Bréfritari: Þórarinn Stefánsson
Dagsetning: A-1933-03-03
Skrifað á: Vesturheimi

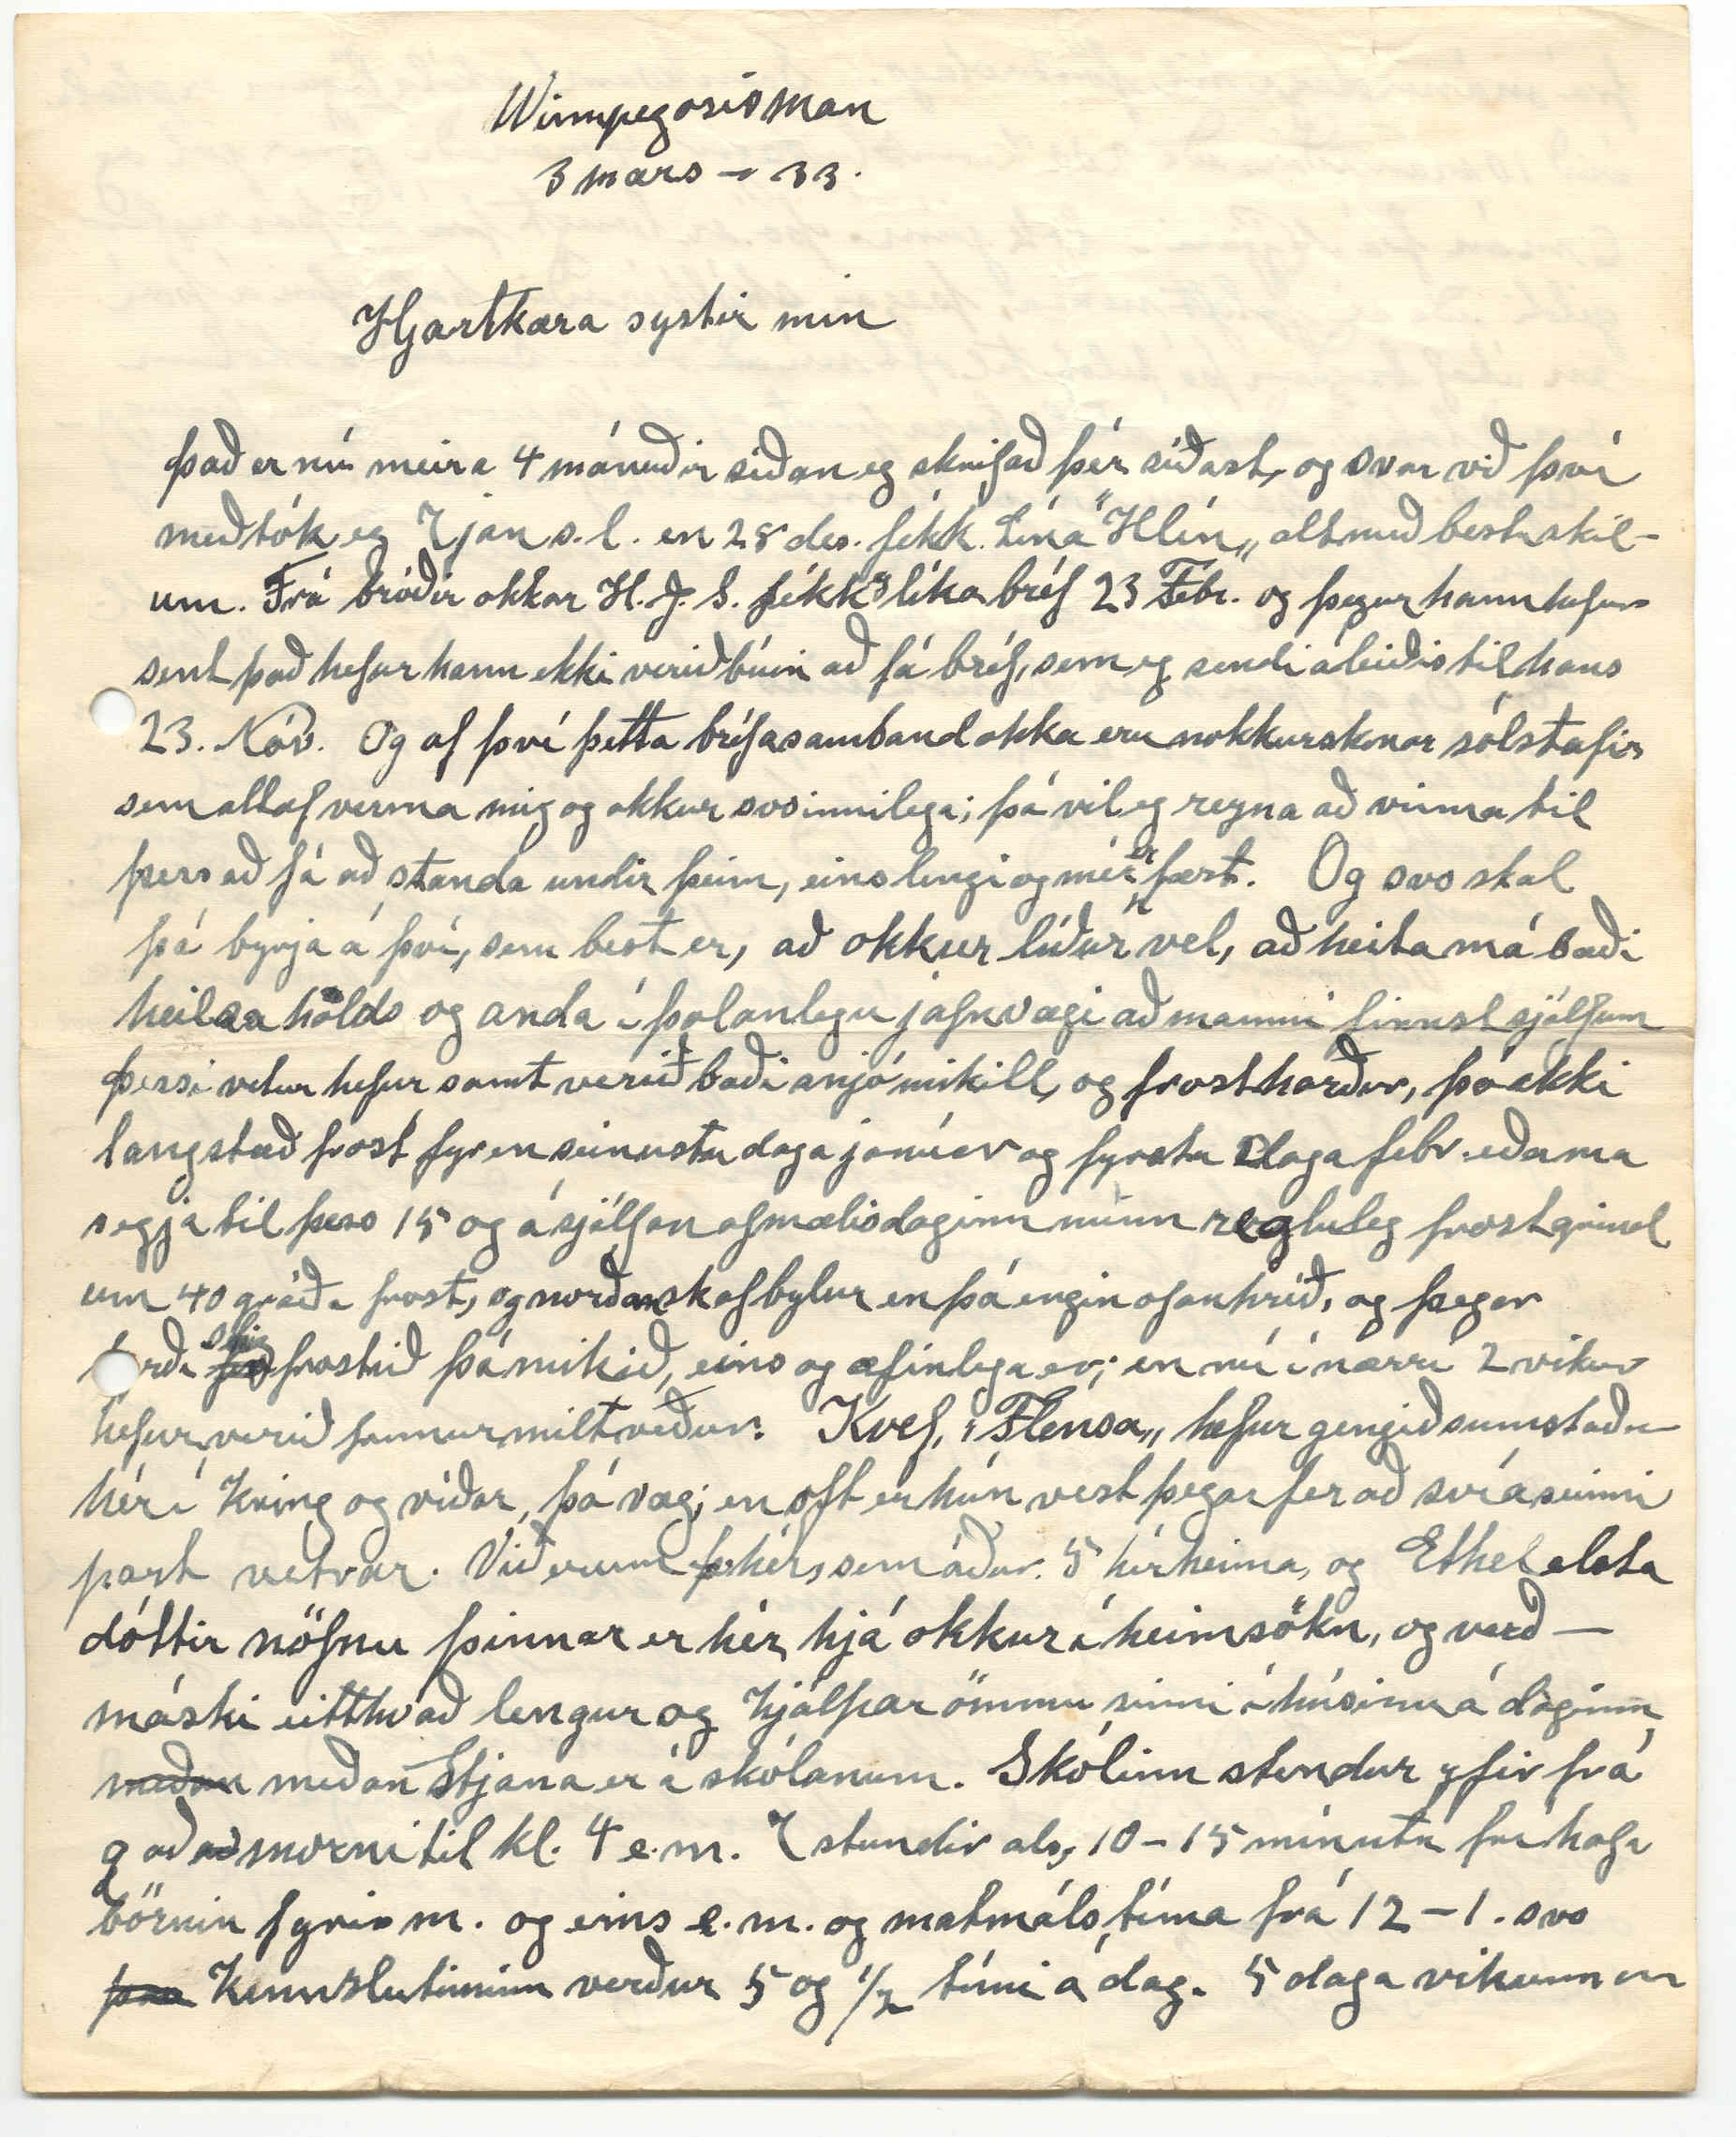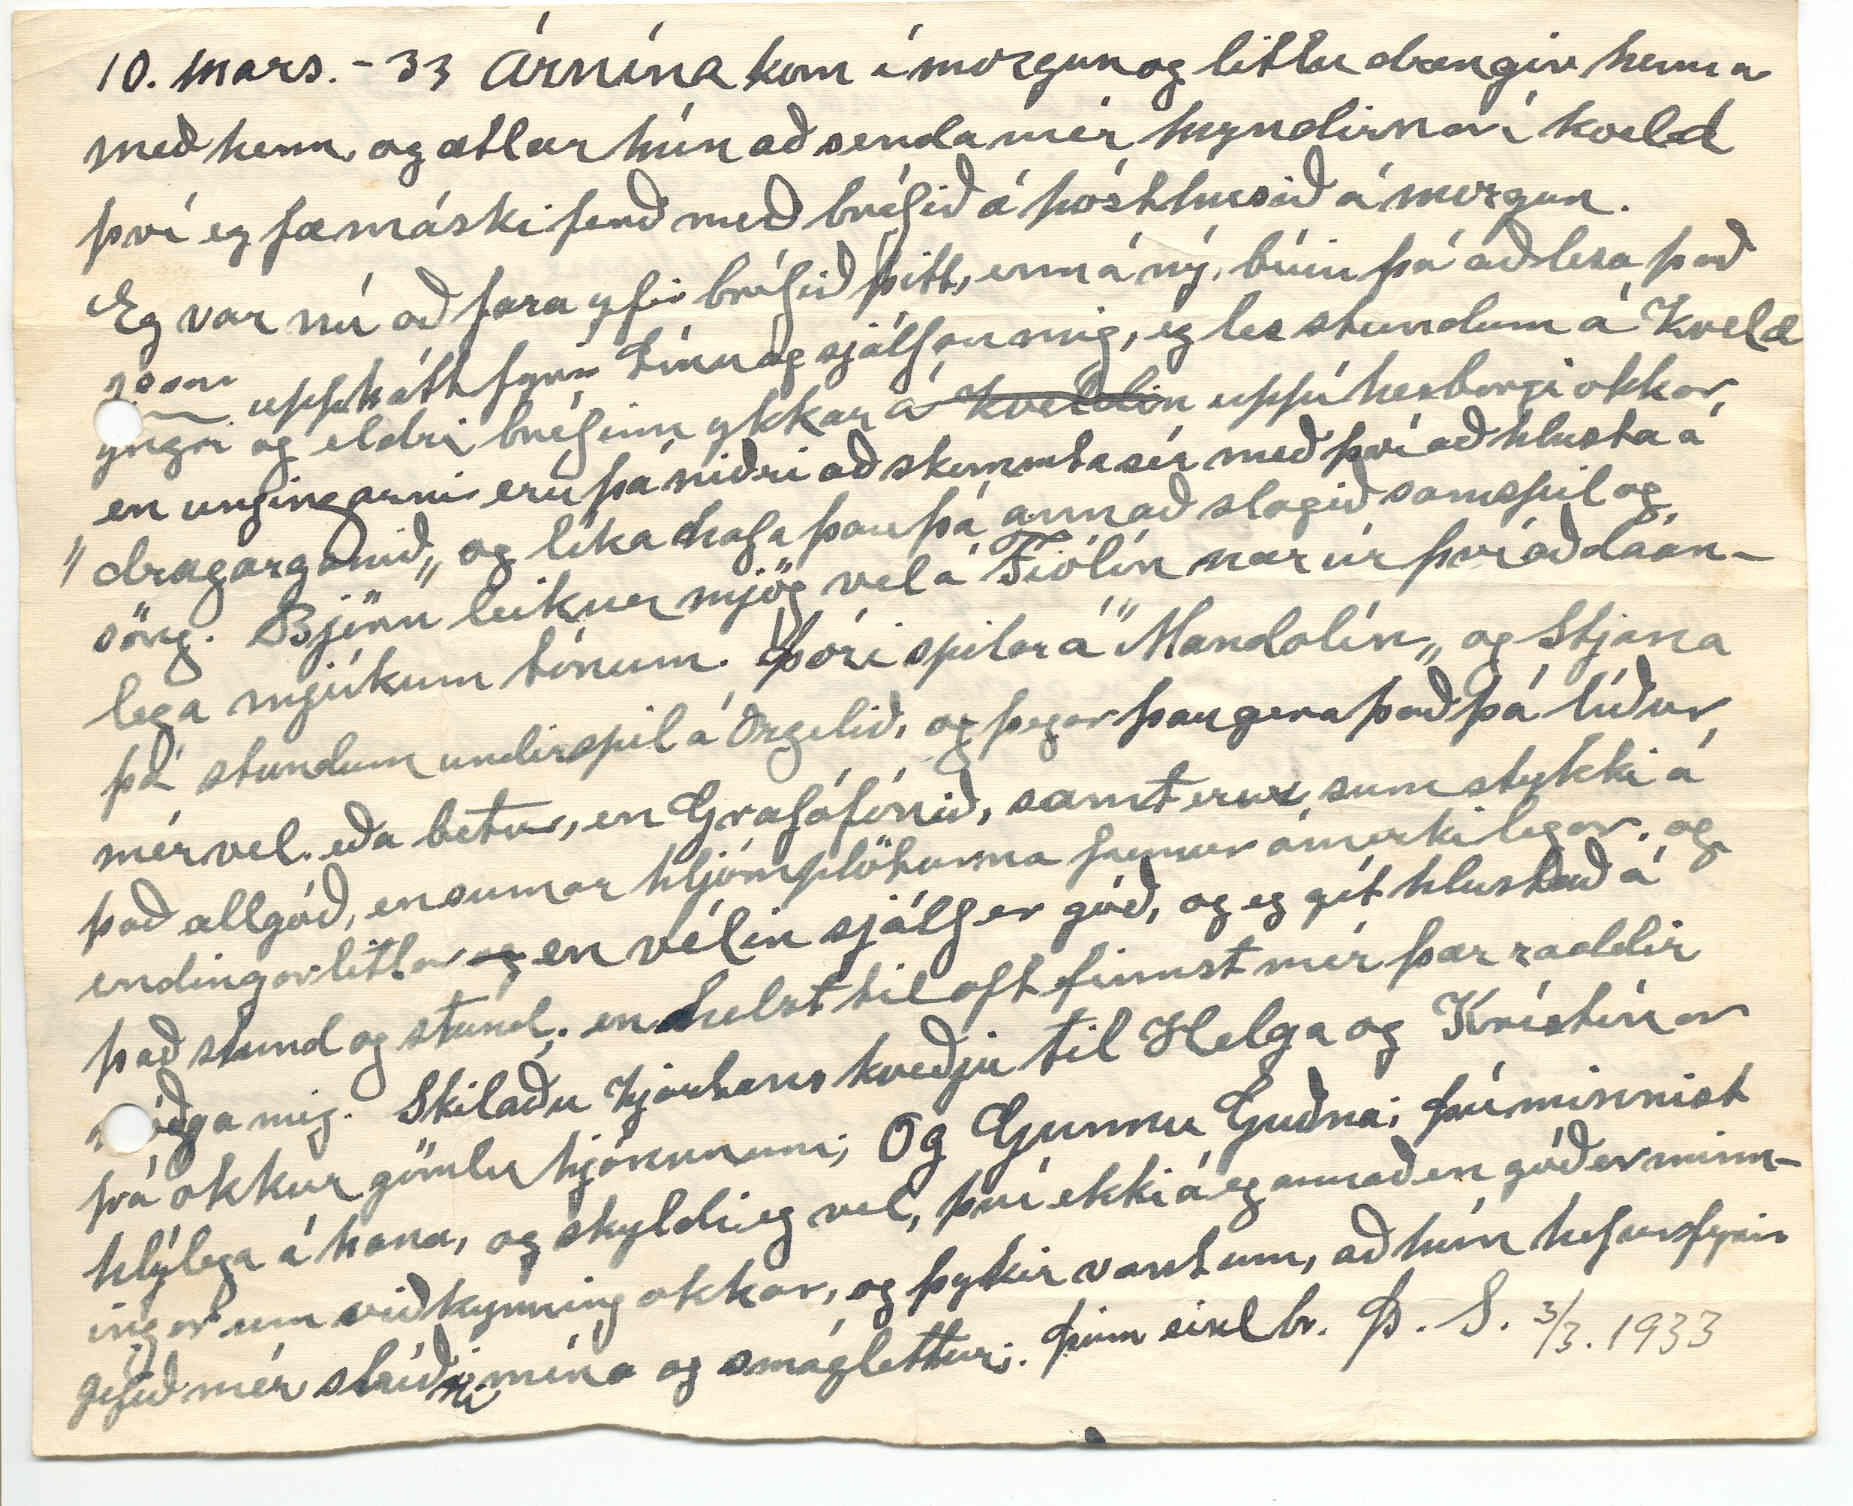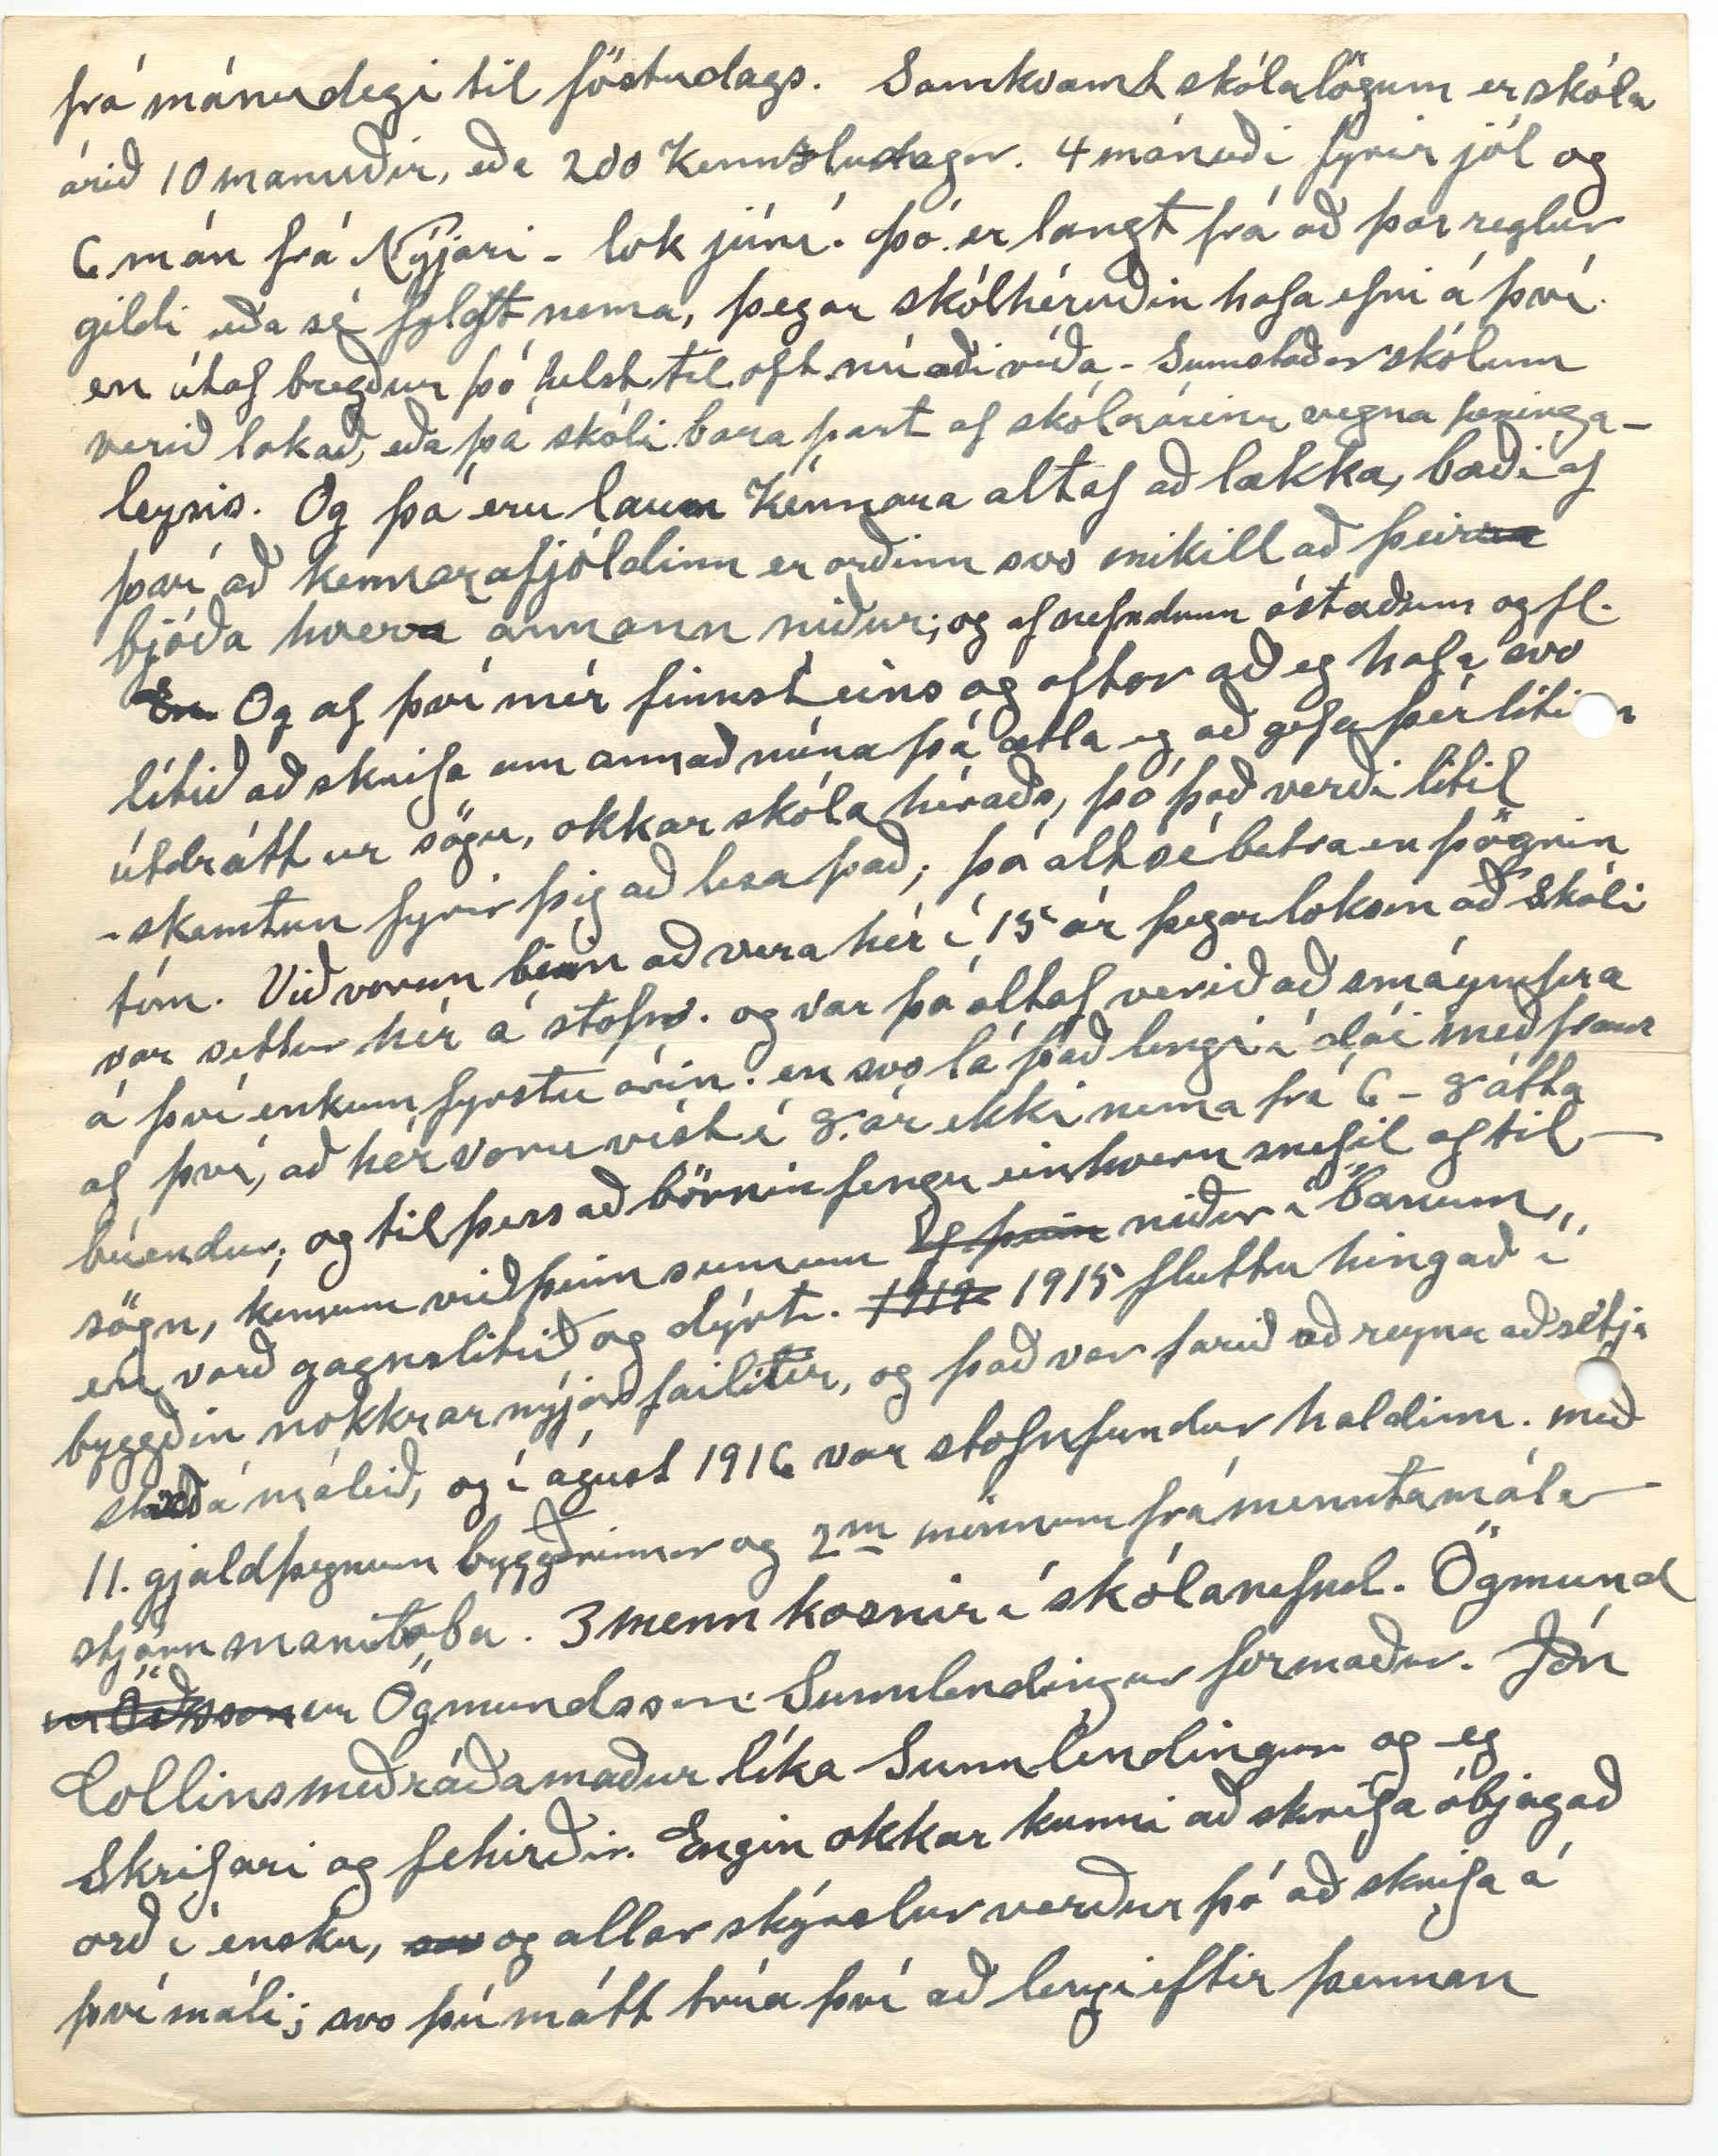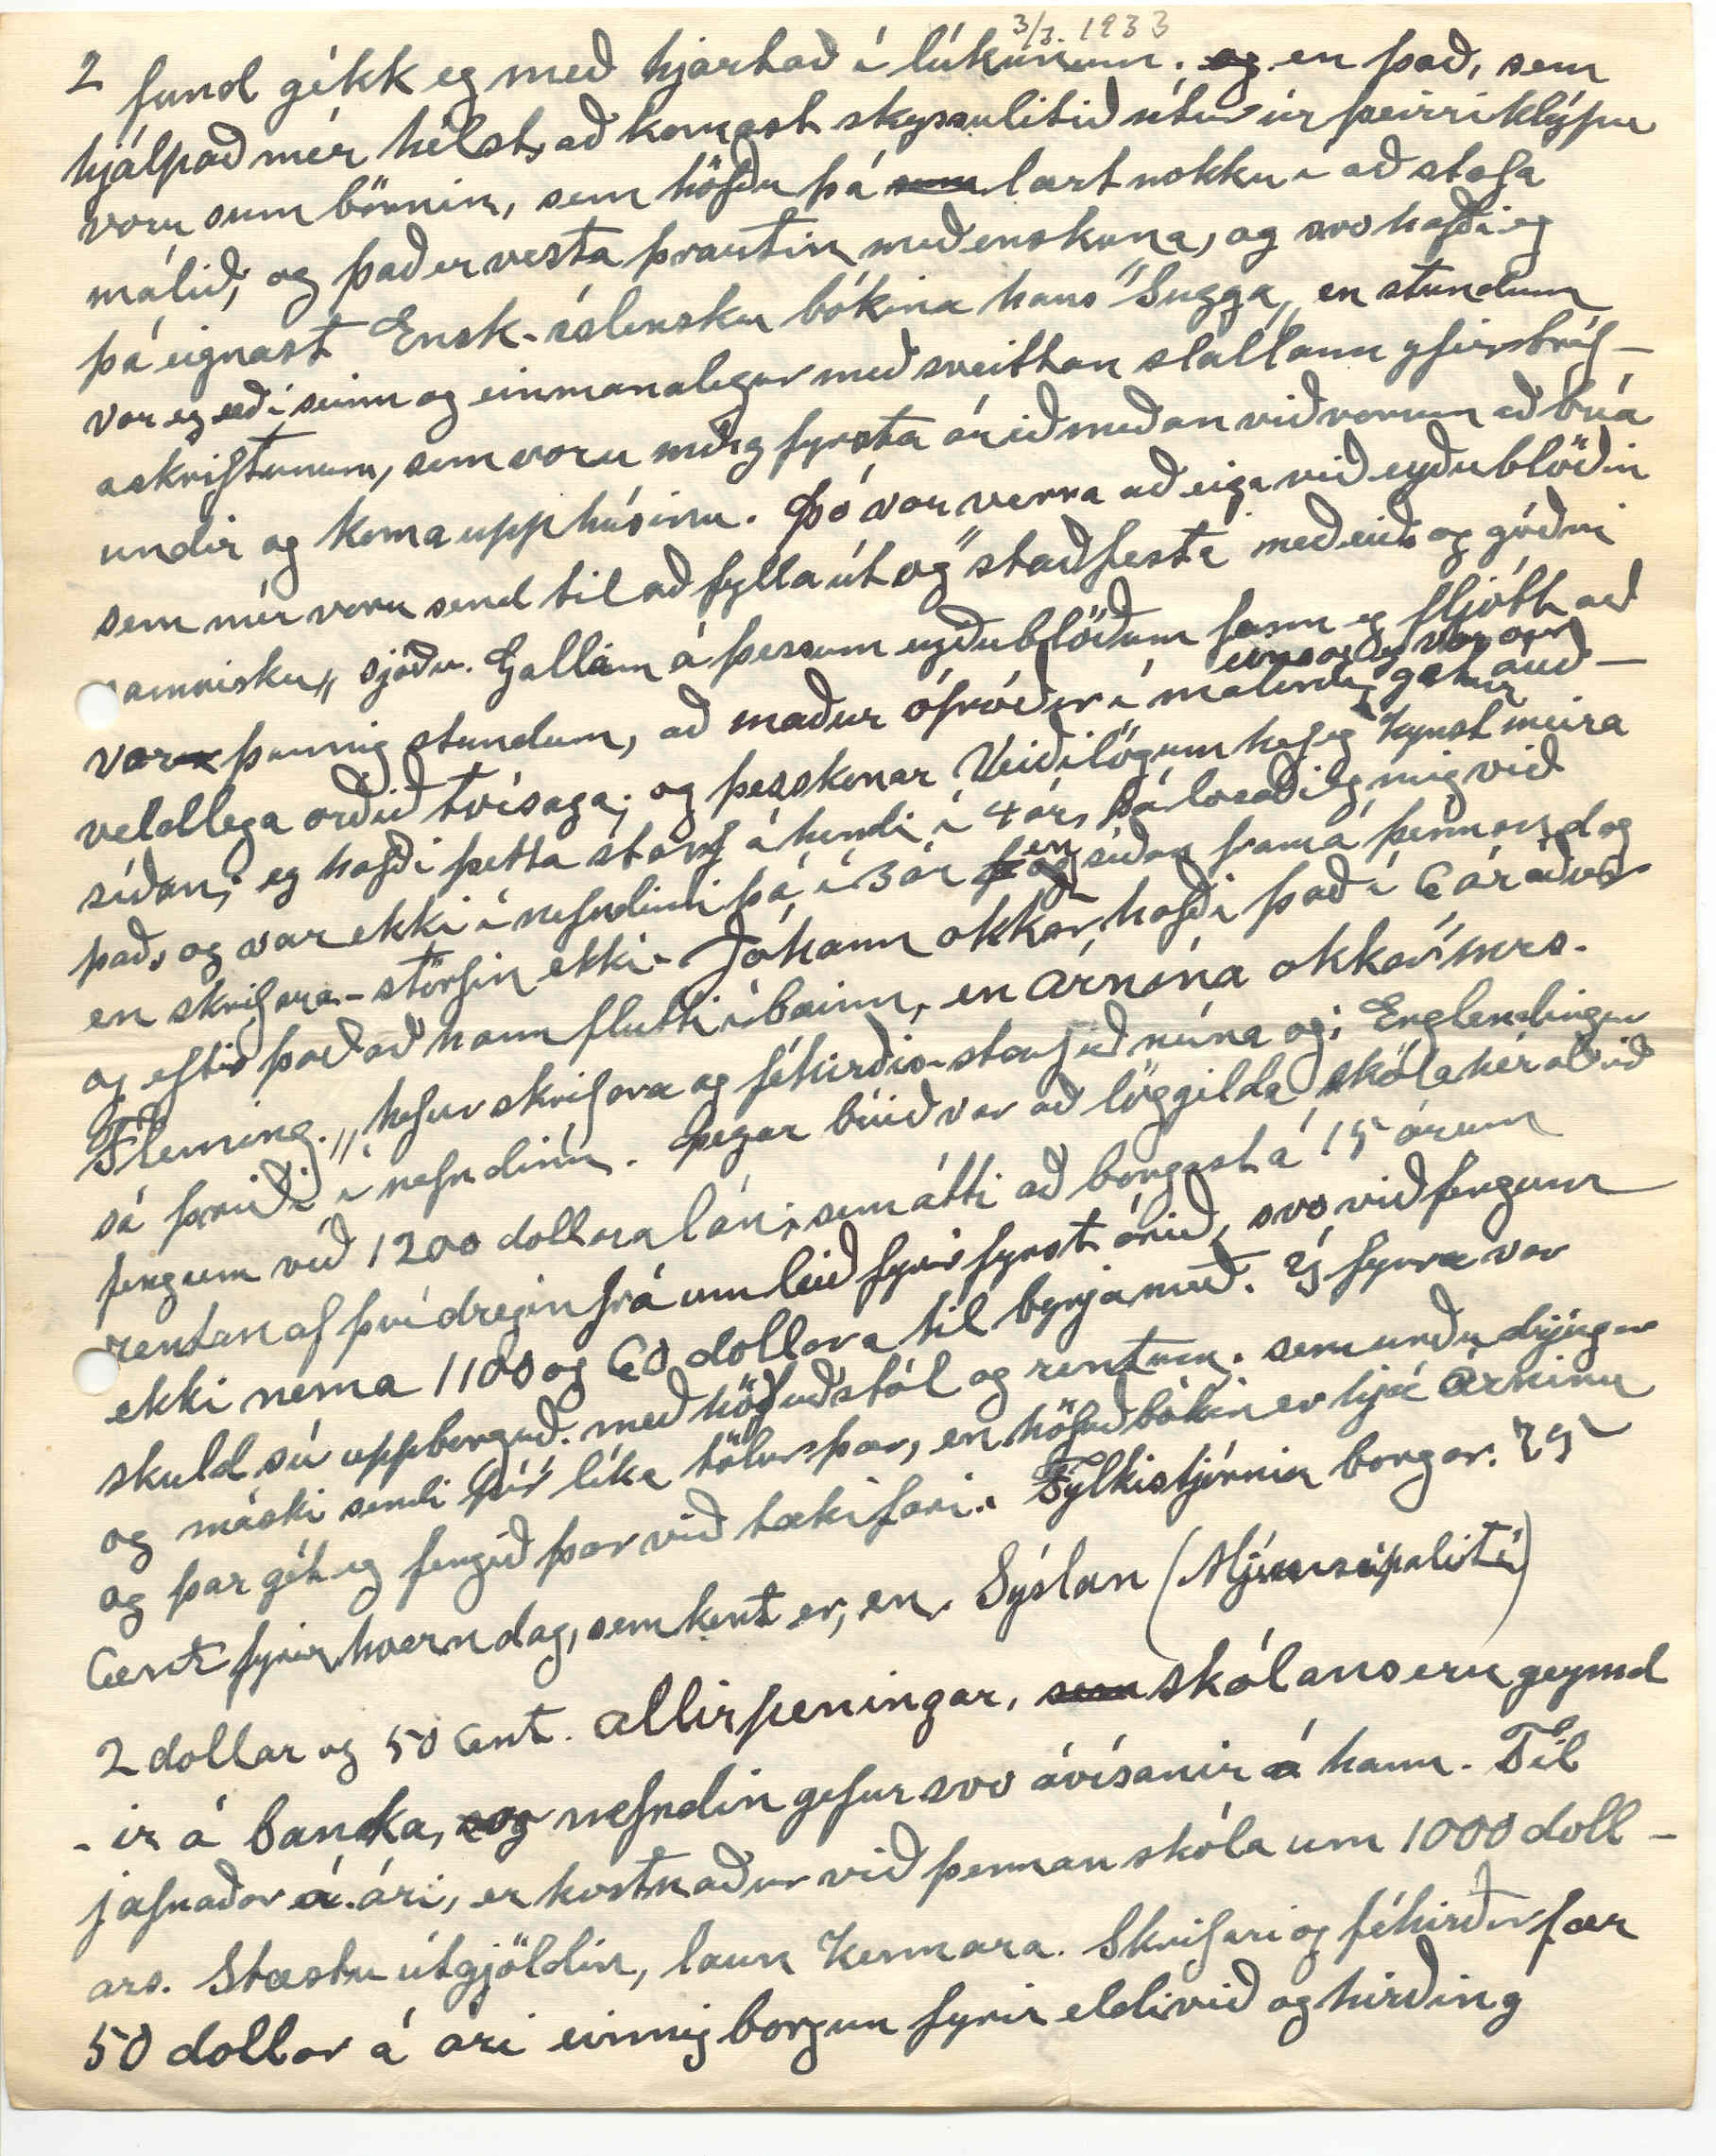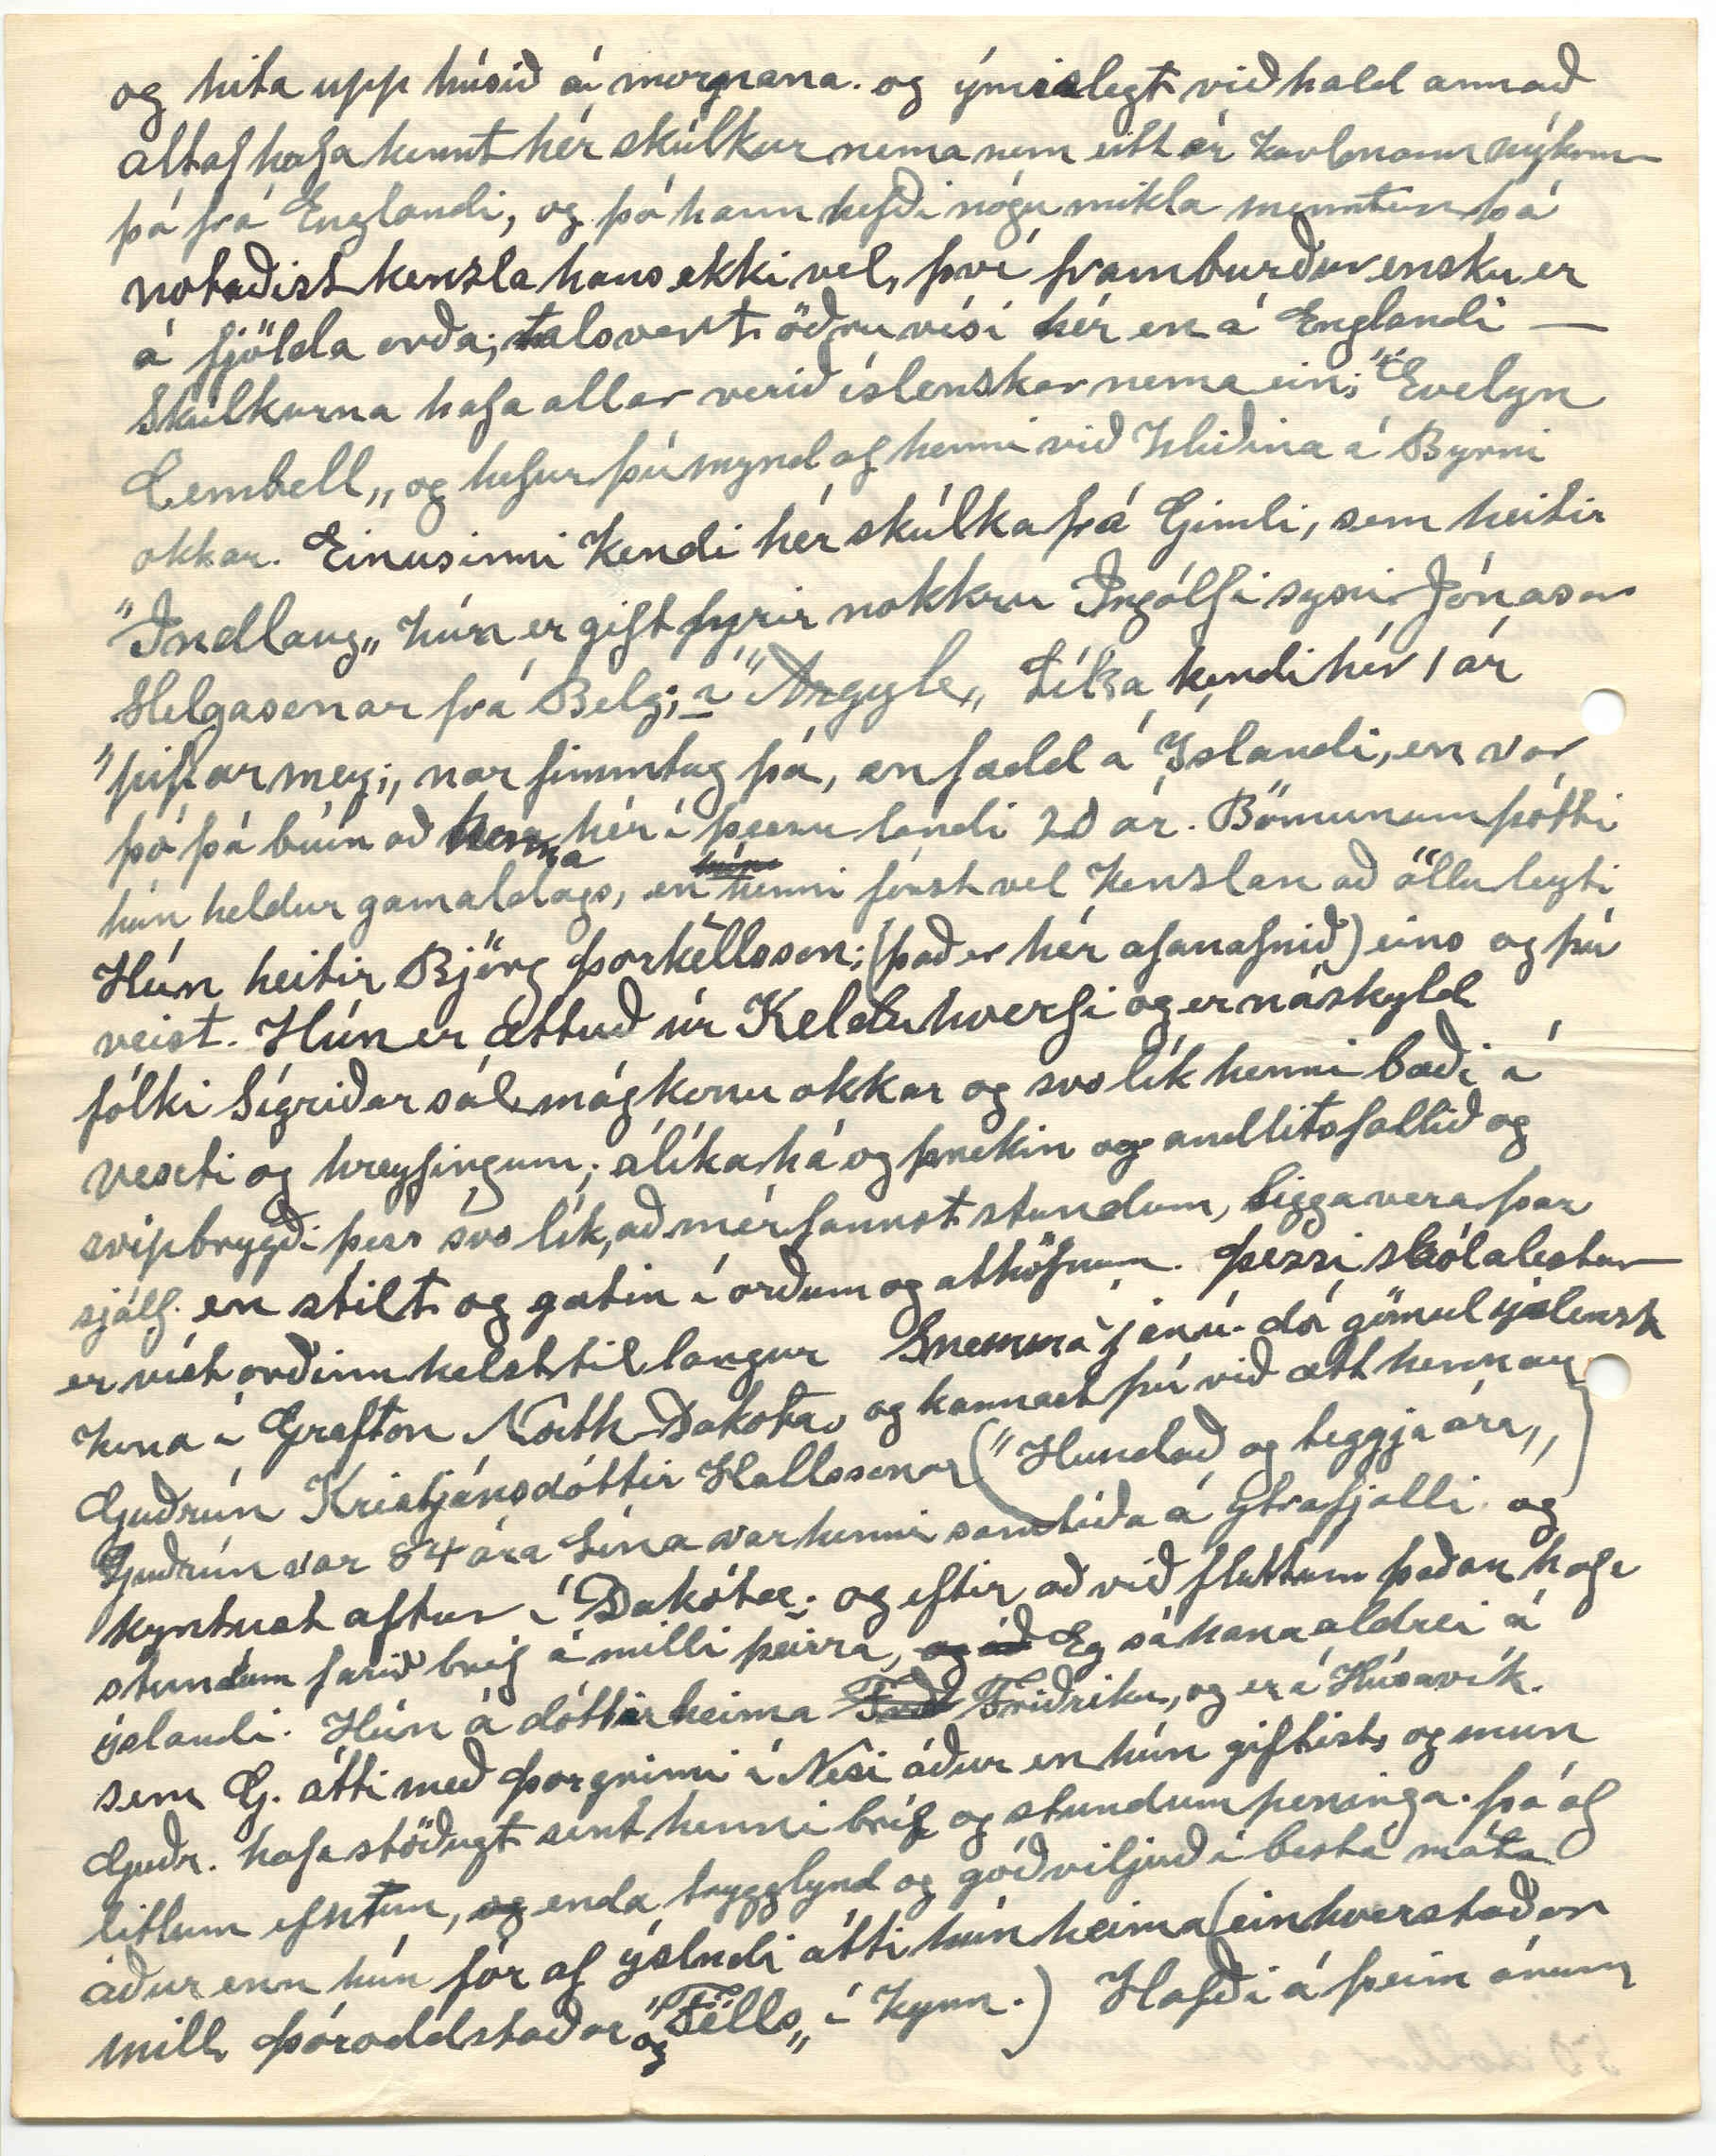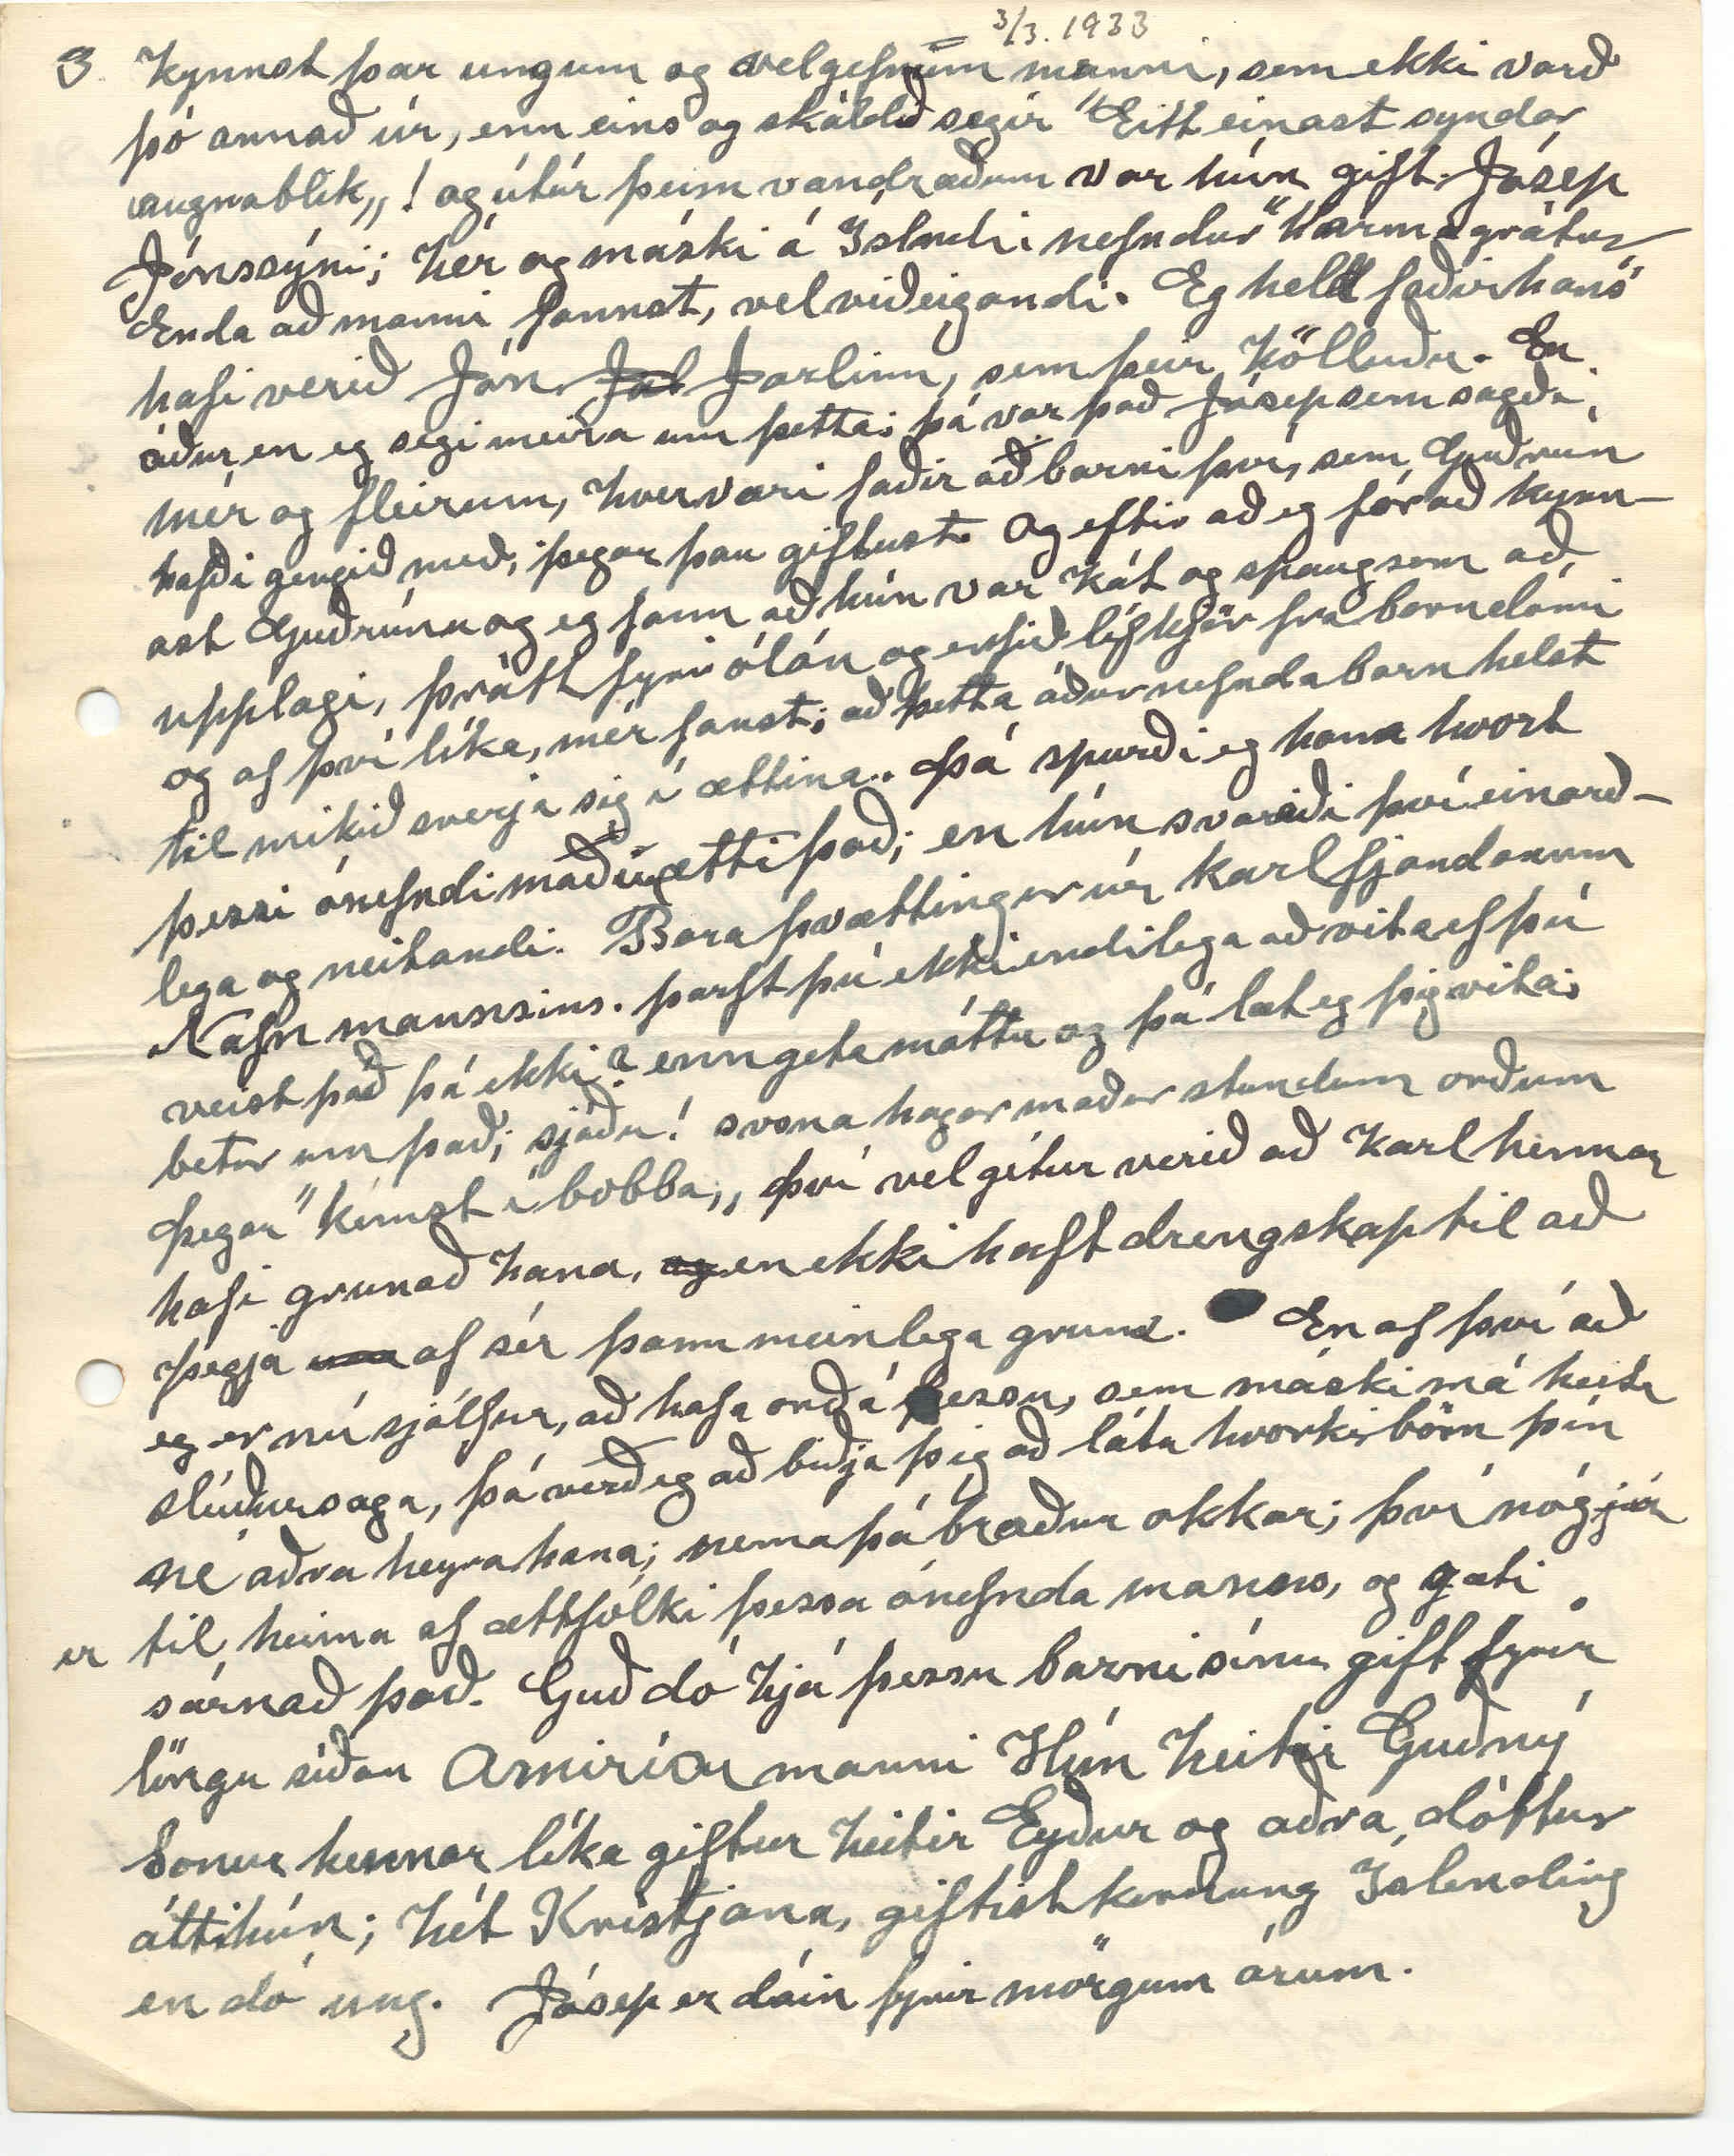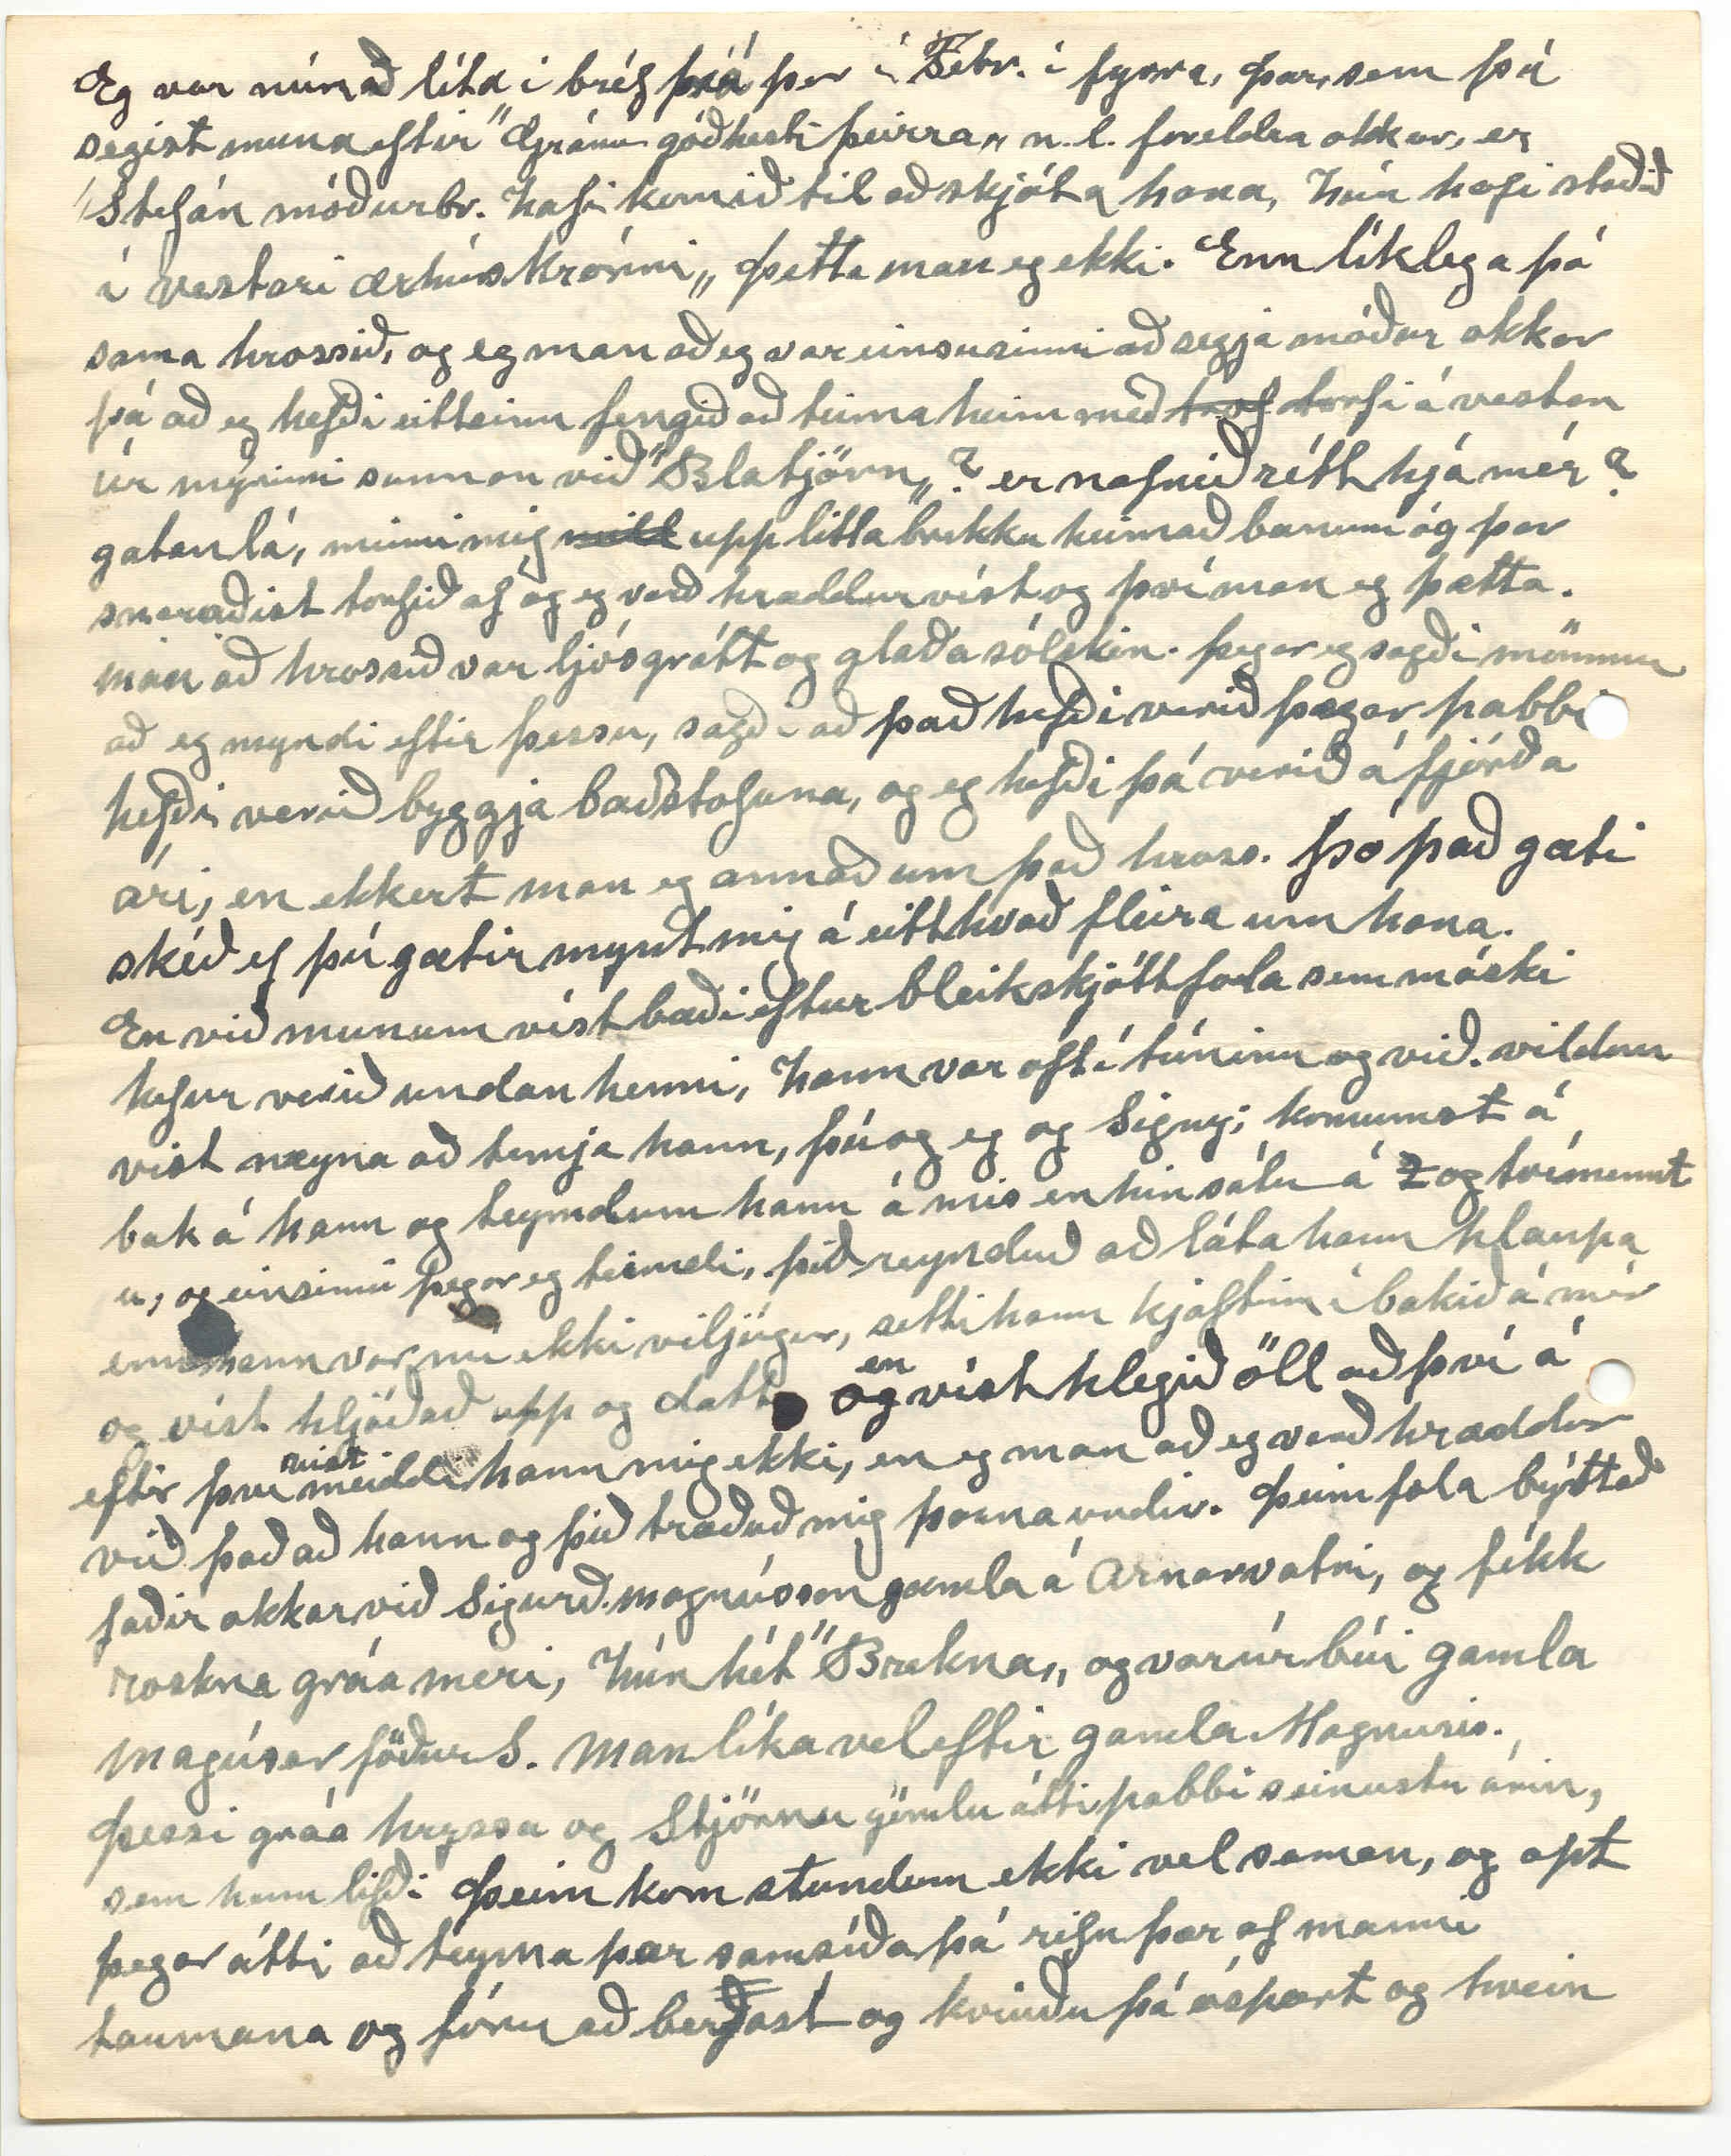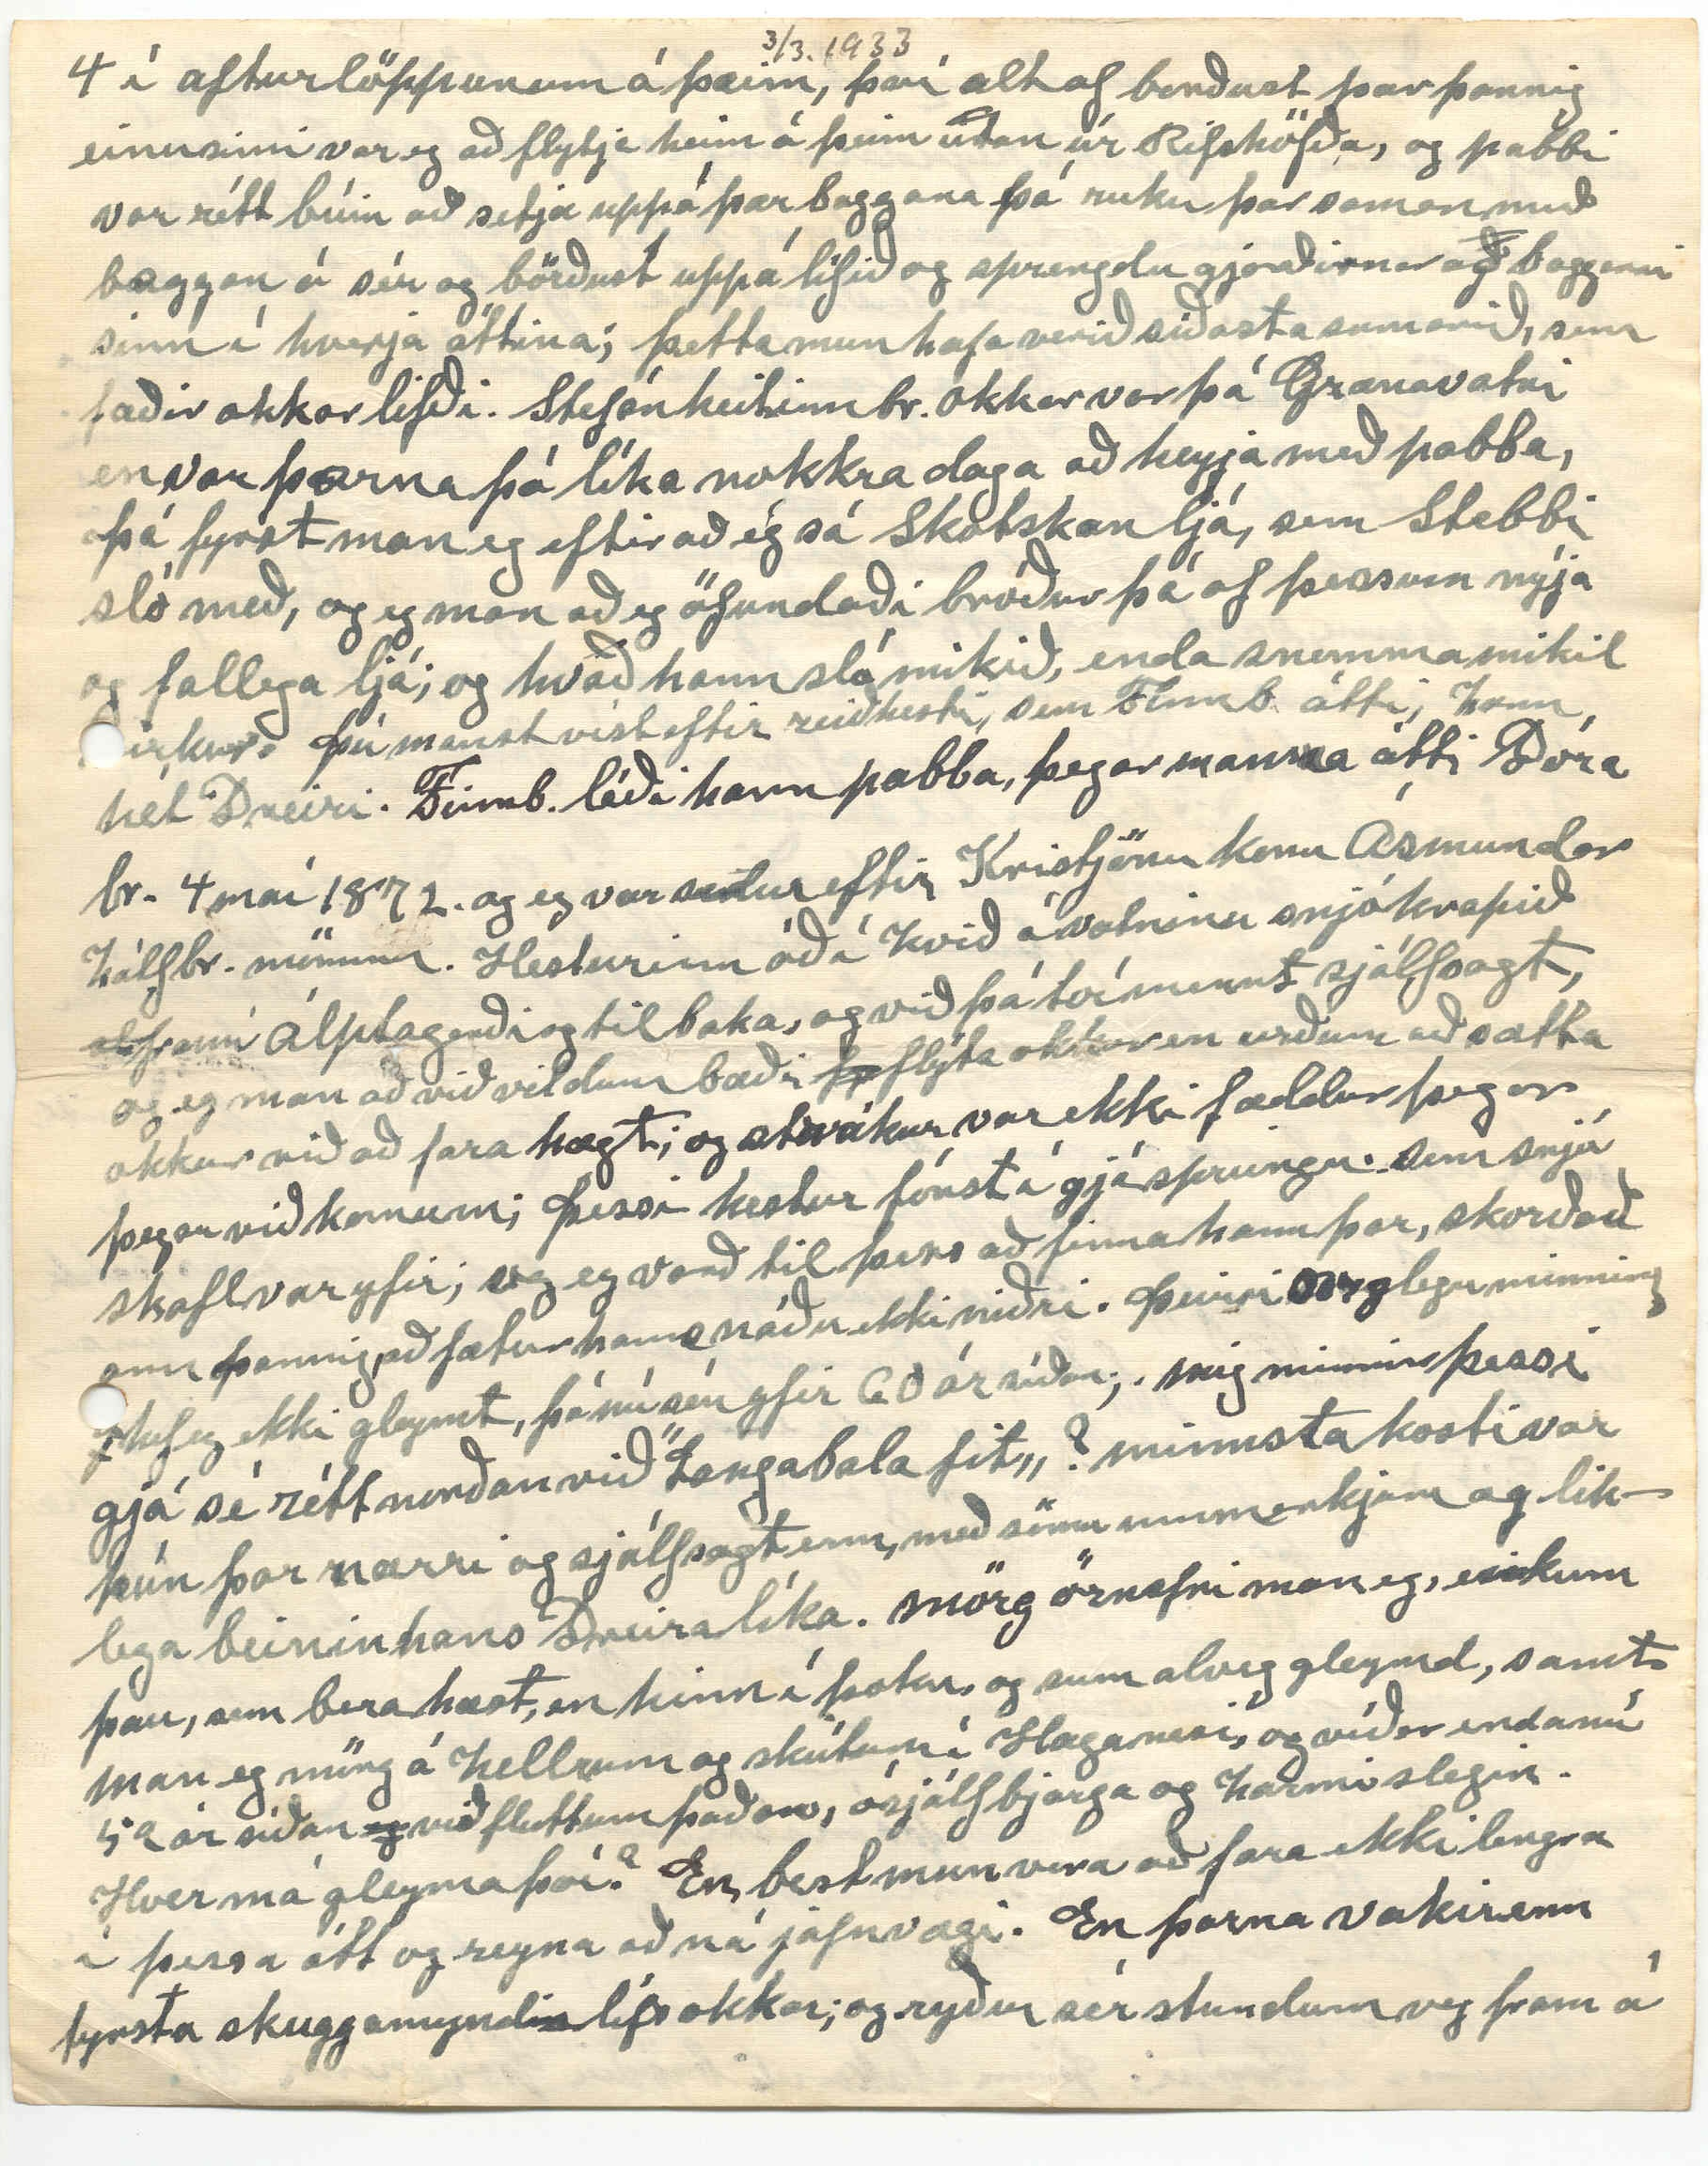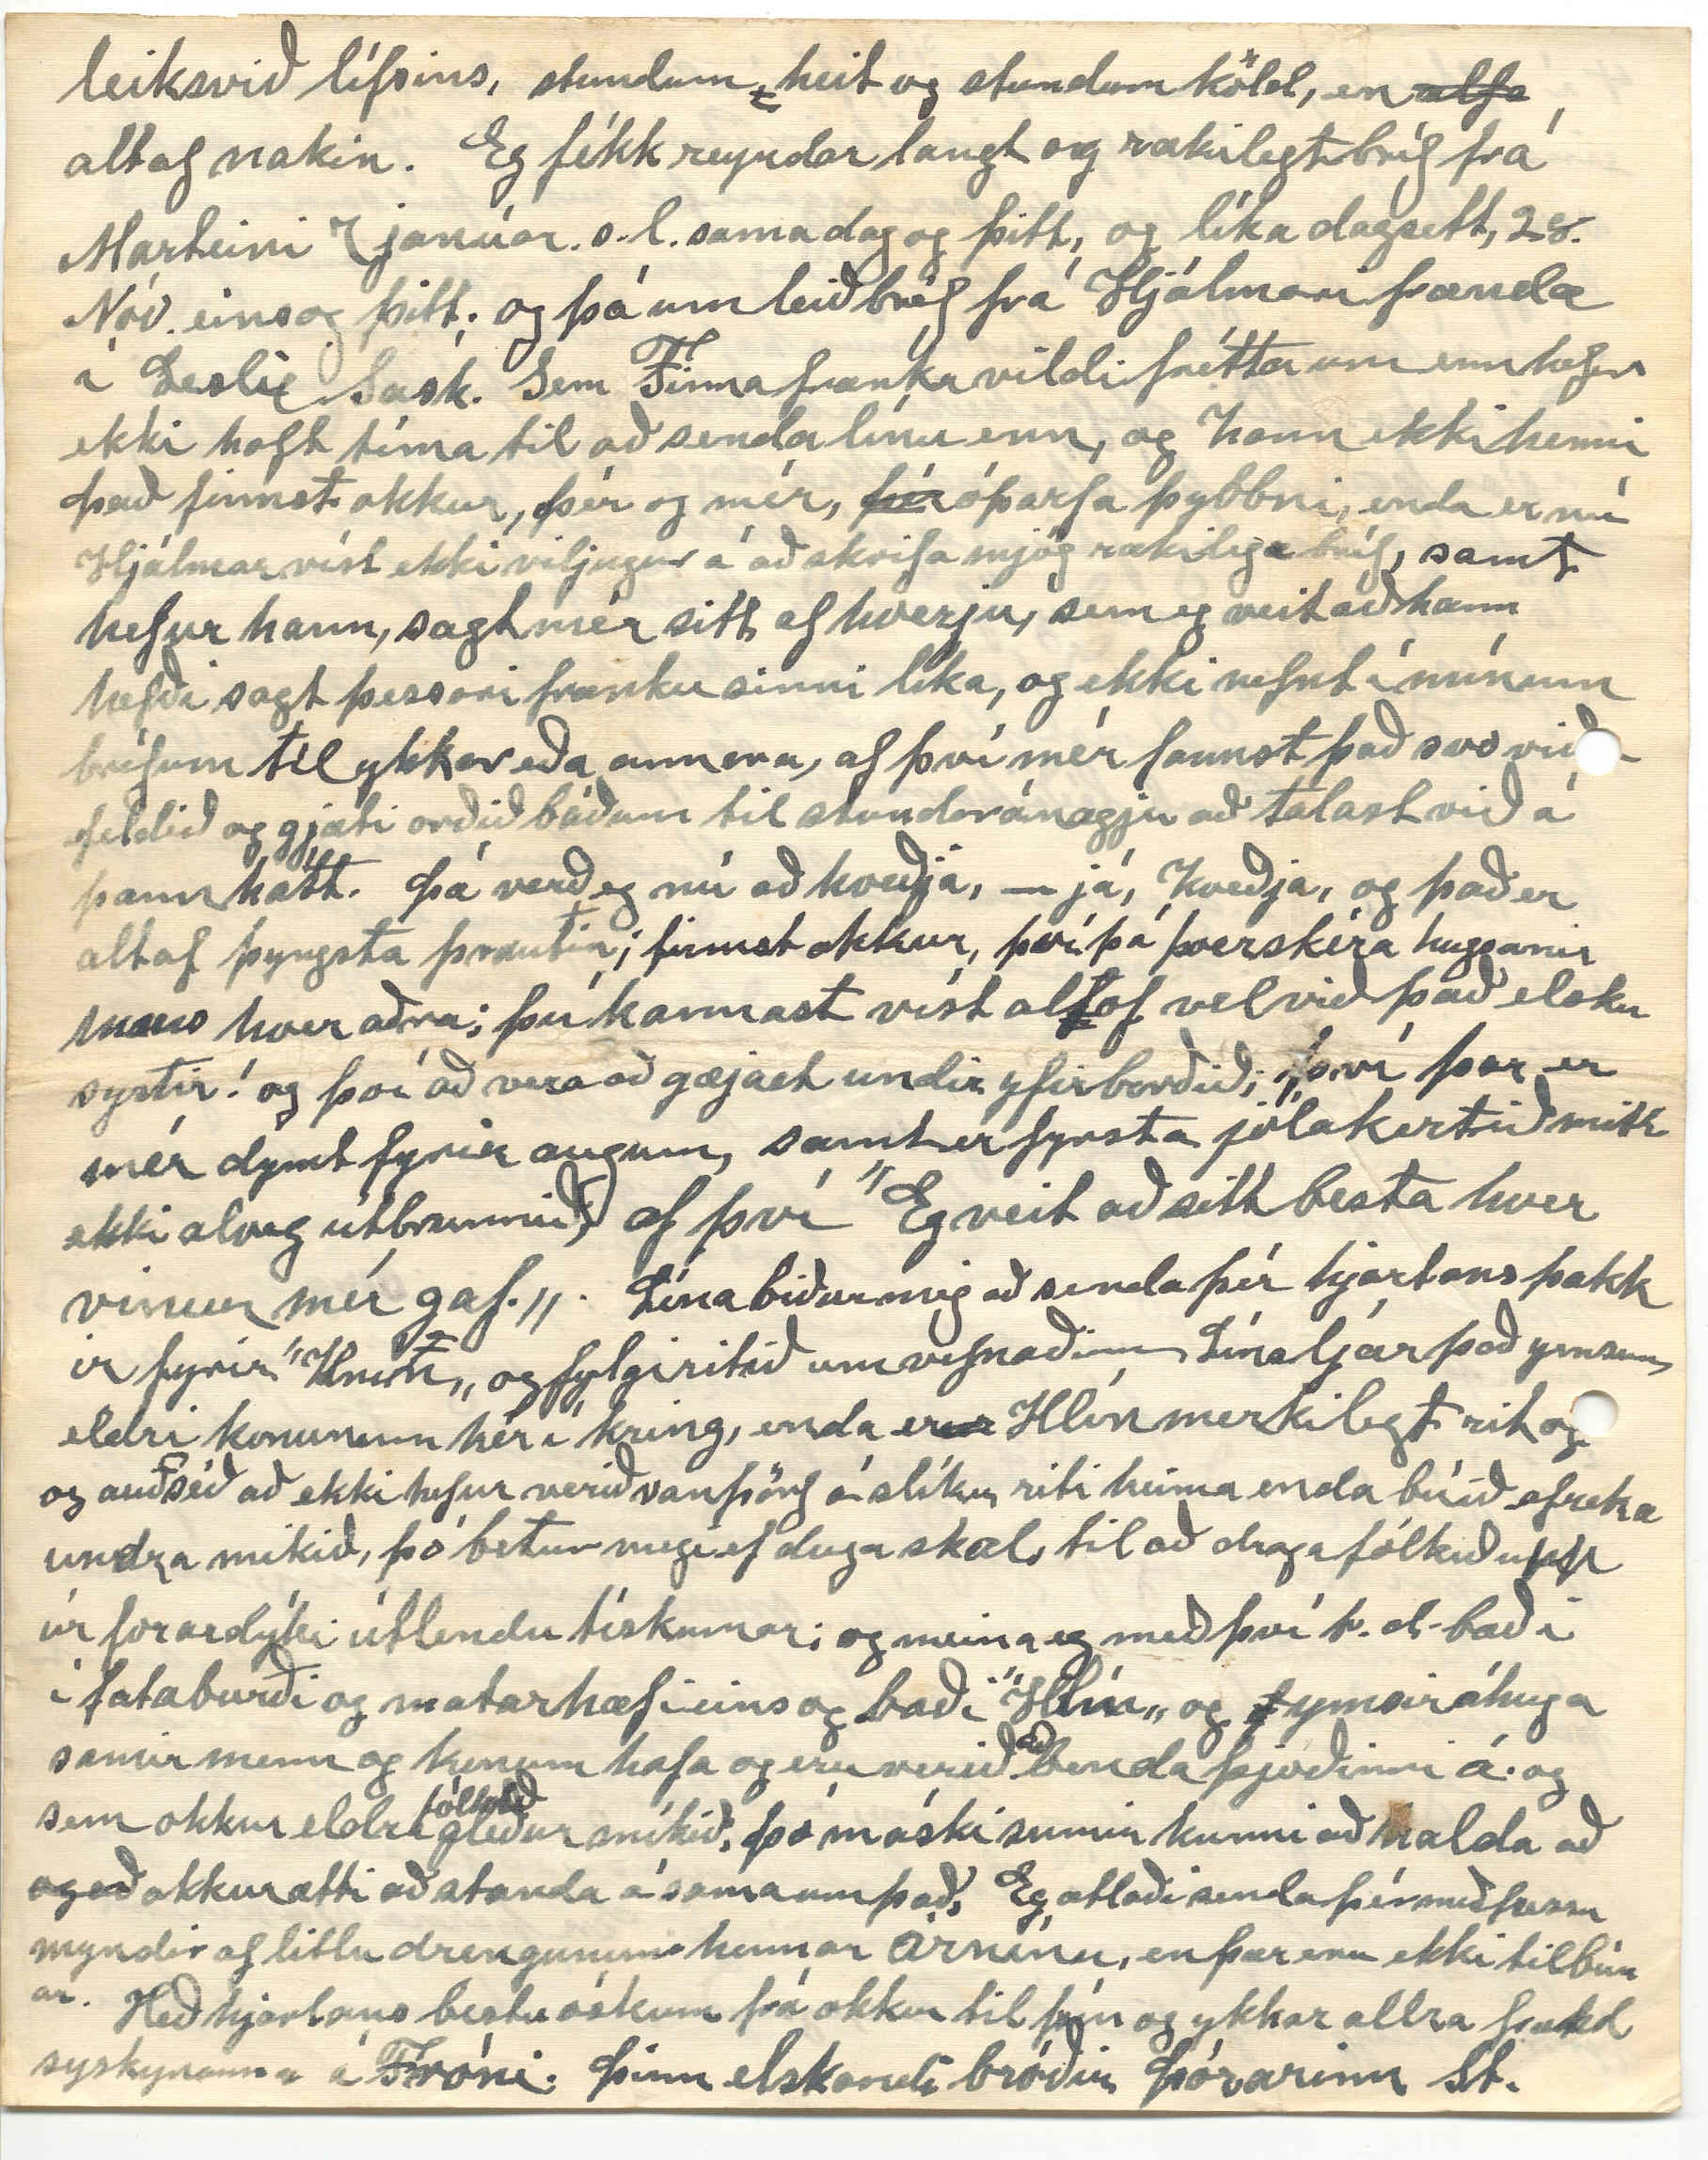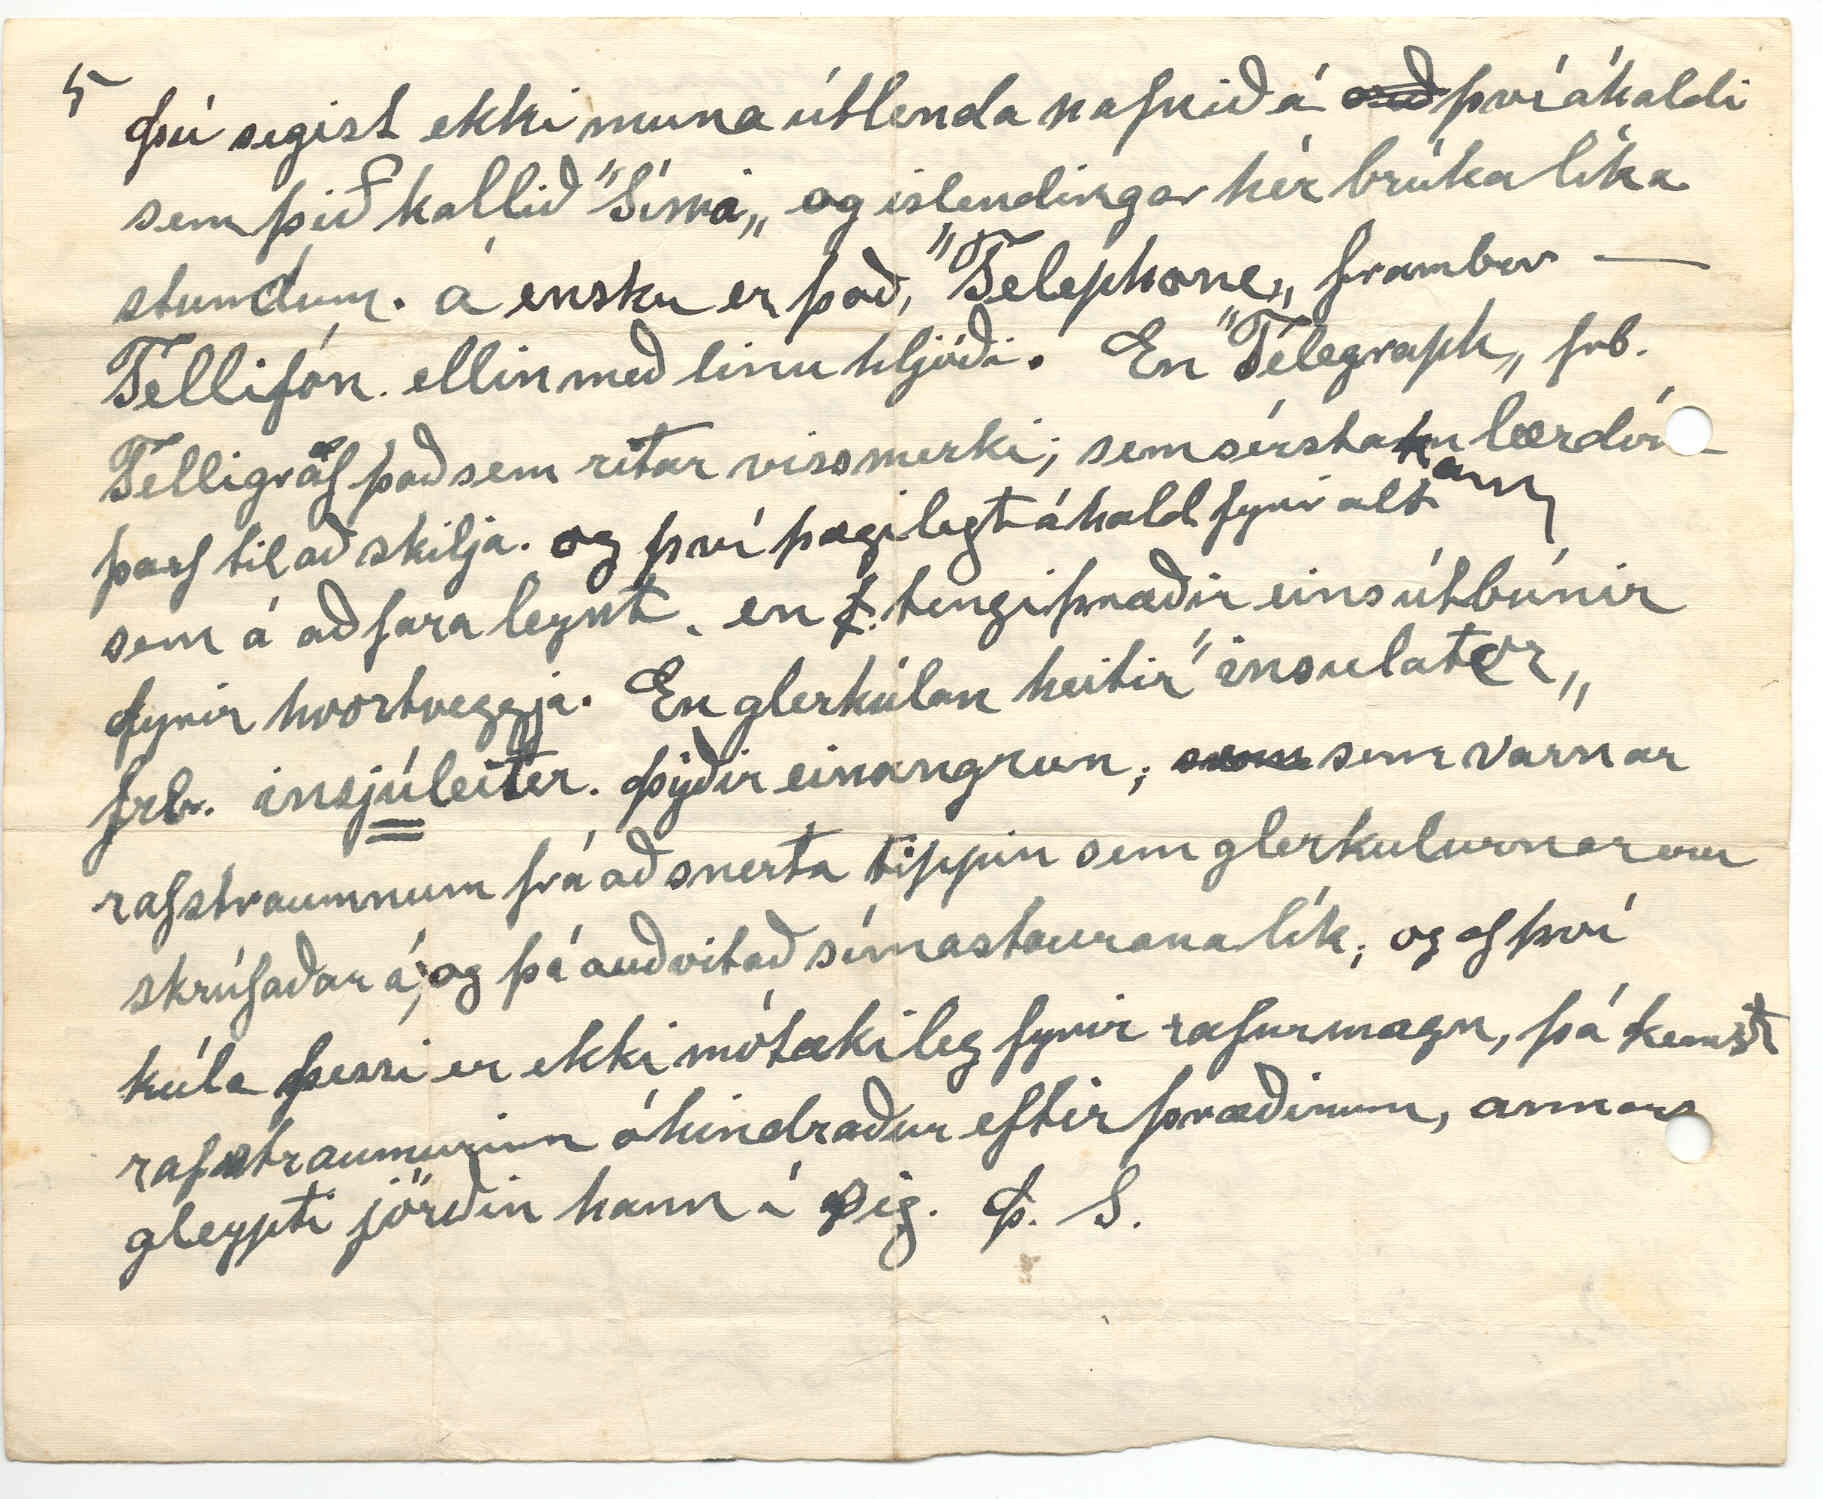

Winnipegosis man
3 mars -33.
Hjartkæra systir min
Það er nú meira 4 mánuðir síðan eg skrifað þér síðast, og svar við því meðtók eg 7 jan s.l. en 28 des. fékk Lína ”Hlín„ alt með bestu skilum. Frá bróðir okkar H. J. S. fékk
eg
líka bréf 23 Febr. og þegar hann hefur sent það hefur hann ekki verið búin að fá bréf, sem eg sendi áleiðis til hans 23. Nóv. Og af því þetta bréfasamband okka eru nokkurskonar sólstafir sem altaf verma mig og okkur svo innilega; þá vil eg reyna að vinna til þess að fá að standa undir þeim, eins lengi og mér
er
fært. Og svo skal þá byrja á því, sem best er, að okkur líður vel, að heita má bæði heilsa holds og anda í þolanlegu jafnvægi að manni finnst sjálfum Þessi vetur hefur samt verið bæði snjómikill, og frostharður, þó ekki langstæð frost fyr en seinustu daga janúar og fyrstu daga febr. eða ma segja til þess 15 og á sjálfan afmælisdaginn minn regluleg frostgrimd um 40 gráða frost, og norðan skafbylur en þó engin ofanhríð, og þegar
00rði
steig
frostið þá mikið, eins og æfinlega er; en nú í nærri 2 vikur hefur verið fremur milt veður. Kvef ”Flensa„ hefur gengið sumstaðar hér í kring og víðar, þó væg; en oft er hún vest þegar fer að svía, seinni part vetrar. Við erum
þ
hér, sem áður. 5 hér heima, og Ethel elsta dóttir nöfnu þinnar er hér hjá okkur í heimsókn, og verð máski eitthvað lengur og hjálpar ömmu sinni í húsinu á daginn
meðan
meðan Stjana er á skólanum. Skólinn stendur yfir frá 9 að
að
morni til kl. 4 e.m. 7 stundir als, 10 - 15 mínutn frí hafa börnin fyrir m. og eins e.m. og matmálstíma frá 12 -1. svo
þau
kennslutiminn verður 5 og 1/2 tími á dag. 5 daga vikunnar.
frá mánudegi til föstudags. Samkvæmt skólalögum er skólaárið 10 manuðir, eða 200 kennzludagar. 4 mánuði fyrir jól og 6. mán frá Nýjari - lok júní. Þó er langt frá að þær reglur gildi eða sé fylgt nema, þegar skólhéruðin hafa efni á því en útaf bregður þó helst til oft nú æði víða. Sumstaðar skólum verið lokað, eða þá skóli bara part af skólaárinu vegna peningaleysis. Og þó eru laun kennara altaf að lækka, bæði af því að kennarafjöldinn er orðinn svo mikill að þeir
ra
bjóða hver
n
annann niður; og af nefndum ástæðum og fl.
En
Og af því mér finnst eins og oftar að eg hafa svo lítið að skrifa um annað núna þá ætla eg að gefa þér lítinn útdrátt ur sögu, okkar skólahéraðs, þó það verði litil skemtun fyrir þig að lesa það; þó alt sé betra en þögnin tóm. Við vorum buin að vera hér í 15 ár þegar loksin að skóli var settur hér á stofn. og var þó altaf verið að smáympra á því enkum fyrstu árin. en svo lá það lengi í dái meðfram af því, að hér voru víst í 8. ár ekki nema frá 6 -8 átta búendur; og til þess að börnin fengu einhvern snefil af tilsögn, komum við þeim sumum
af þeim
niður í ”bænum„ en varð gagnslitið og dýrt.
1919
1915 fluttu hingað í byggðin nokkrar nýjar failíur, og það var farið að reyna að setja
sk00ð
á málið, og í águst 1916 var stofnfundur haldinn. með 11. gjaldþegnum byggðrinnar og 2
m
mönnum frá menntamálastjórn manitoba. 3 menn kosnir í skólanefnd. Ögmund
ur Öðsson
ur Ögmundsson. Sunnlendingur formaður. Jón Collins meðráðamaður líka Sunnlendingur og eg Skrifari og fehirðir. Engin okkar kunni að skrifa óbjagað orð í ensku,
svo
og allar skýrslur verður þó að skrifa á því máli; svo þú mátt trúa því að lengi eftir þennan
fund gékk eg með hjartað í lúkunum.
og
en það, sem hjálpað mér hélst, að komast skyssulitið útur úr þeirri klýpu voru sum börnin, sem höfðu þá
sem
lært nokku í að stafa málið; og það er vesta þrautin með enskuna, og svo hafði eg þá eignast Ensk-íslensku bókina hans ”Sugga„ en stundum var eg æði seinn og einmanalegur með sveittan slallann yfir bréfaskriftunum, sem voru mörg fyrsta árið meðan við vorum að búa undir og koma upp húsinu. Þó var verra að eiga við eyðublöðin sem mér voru send til að fylla út og ”staðfesta með eið og góðri samvisku„ sjáðu. Gallinn á þessum eyðublöðum fann eg fljótt að var þannig stundum, að maður ófróður í málinu
eins og eg var og er
getur auðveldlega orðið tvísaga; og þesskonar Veiðilögum hef eg kynst meira síðan; eg hafði þetta starf á hendi í 4 ár, þá losaði eg mig við það, og var ekki í nefndinni þá í 3 ár
f og
en síðan fram á þennan dag en skrifara-störfin ekki. Jóhann okkar hafði það í 6 ár áður og eftir það að hann flutti í bæinn, en árnína okkar ”mrs. Fleming.„ hefur skrifara og féhirðis-starfið núna og; Englendingur sá þriði í nefndinn. Þegar búið var að löggilda skólahéraðið fengum við 1200 dollara lán; sem átti að borgast á 15 árum rentan af því dregin frá um leið fyrir fyrst árið, svo við fengum ekki nema 1100 og 60 dollara til byrja með. Í fyrra var skuld sú uppborguð. með höfuðstól og rentum. sem urðu drjúgar og máski sendi þér líka tölur þær, en höfuðbókin er hjá Árninu og þar gét eg fengið þær við tækifæri. Fylkistjórnin borgar. 75 Cent fyrir hvern dag, sem kent er, en Sýslan
Mj0000politi
2 dollar og 50 Cent. allir peningar,
sem
skólans eru geymdir á banka, og nefndin gefur svo ávísanir á hann. Til jafnaðar á ári, er kostnaður við þennan skóla um 1000 dollars. Stæstu útgjöldin, laun kennara. Skrifari og féhirðir fær 50 dollar á ári einnig borgun fyrir eldivið og hirðing
og hita upp húsið á morgnana. og ýmislegt viðhald annað altaf hafa kennt hér stúlkur nema nem eitt ár karlmann nýkom þá frá Englandi, og þó hann hefði nógu mikla menntun þá notaðist kenzla hans ekki vel, því framburður ensku er á fjölda orða; talsvert öðruvísi hér en á Englandi Stúlkurna hafa allar verið íslenskar nema ein; ”Evelyn Cembell„ og hefur þú mynd af henni við hliðina á Byrni okkar. Einusinni kendi hér stúlka frá Gimli, sem heitir ”Indlaug„ hún er gift fyrir nokkru Ingólfi syni Jónasar Helgasonar frá Belg;
í
”Argyle„ Líka kendi hér 1 ár ”piparmey„ nær fimmtug þá, en fædd á Íslandi, en var þó þá búin að kenna hér í þessu landi 20 ár. Börnunum þótti hún heldur gamaldags, en henni fórst vel kenslan að öllu leyti Hún heitir Björg Þorkellsson; (það er hér afanafnið) eins og þú veist. Hún er ættuð úr Kelduhverfi og er náskyld fólki Sígriðar sál, mágkonu okkar og svo lík henni bæði í vexti og hreyfingum; álíka há og þrekin og andlitsfallið og svipbrygði þess svo lík, að mér fannst stundum, Sigga vera þar sjálf en stilt og gætin í orðum og athöfnum. Þessi skólalestur er víst orðinn helst til langur
Snemma í janú. dó gömul Íslensk kona í Grafton North-Dakota, og kannast þú við ætt hennar Guðrún Kristjánsdóttir Hallssonar (”Hundað og teggja ára„) Guðrún var 84 ára Lína var henni samtíða á ytrafjalli og kyntust aftur í Dakóta; og eftir að við fluttum þaðan hafa stundum farið bréf á milli þeirra,
og áð
Eg sá hana aldrei á Íslandi. Hún á dóttir heima
Frð
Friðriku, og er á Húsavík. sem G. átti með Þorgrimi í Nesi áður en hún giftist, og mun Guðr. hafa stöðugt sent henni bréf og stundum peninga. þó af litlum efnum,
og
enda trygglynd og góðviljuð í besta máta áður enn hún fór af Íslndi átti hún heima (einhverstaðar mill Þóroddstaðar og ”Fells„ í kynn.) Hafði á þeim árum
kynnst þar ungum og vel gefnum manni, sem ekki varð þó annað úr, enn eins og skáldið segir ”Eitt einast syndar augnablik„! og útúr þeim vandræðum var hún gift Jósep Jónssýni; hér og máski á Íslandi nefndur ”Varmagrátur„ Enda að manni fannst, vel við eigandi. Eg held faðir hans hafi verið Jón
Jal
Jarlinn, sem þeir kölluðu. En áður en eg segi meira um þetta; þá var það Jósep sem sagði mér og fleirum, hver væri faðir að barni því, sem Guðrún hafði gengið með, þegar þau giftust. Og eftir að eg fór að kynnast Guðrúnu og eg fann að hún var kát og spaugsom að upplagi, þrátt fyrir ólán og erfið lífkjör frá barndómi og af því líka, mér fanst; að þetta áðurnefnda barn helst til mikið sverja sig í ættina. Þá spurði eg hana hvort þessi ónefndi maður ætti það; en hún svaraði því einarðlega og neitandi. Bara þvættingur úr karlfjandanum Nafn mannsins. þarft þú ekki endilega að vita ef þú veist það þá ekki? enn geta máttu og þá læt eg þig vita; betur um það; sjáðu! svona hagar maður stundum orðum Þegar ”kemst í bobba„ Því vel gétur verið að karl hennar hafi grunað hana
og
en ekki haft drengskap til að þegja
um
af sér þann meinlega grun. En af því að eg er nú sjálfur, að hafa orð á þessu, sem máski má heita slúðursaga, þá verð eg að biðja þig að láta hvorki börn þín né aðra heyra hana; nema þá bræður okkar; því nóg
er
til heima af ættfólki þessa ónefnda manns, og gæti sárnað það. Guð dó hjá þessu barni sínu gift fyrir löngu síðan Amiríor manni Hún heitir Guðný Sonur hennar líka giftur heitir Eyður og aðra dóttur átti hún; hét Kristjana, giftist kornung Íslending en dó ung. Jósep er dáin fyrir mörgum árum.
Eg var nún að líta í bréf frá þer í Febr. í fyrra, Þar, sem þú segist muna eftir ”Gránu góðhesti þeirra„ n.l. foreldra okkar, er ”Stefán móðurbr. hafi komið til að skjóta hana, hún hafi staðið í vestari ærhúskrónni„ Þetta man eg ekki. Enn líklega þó sama hrossið, og eg man að eg var einsusinni að segja móður okkar frá að eg hefði eittsinn fengið að teima heim með
trof
torfi á vestan úr mýrinni sunnan við ”Blatjörn„? er nafnið rétt hjá mér? gatan lá, minni mig
mill
upp litla brekku heimað bænum og þar snaraðist torfið af og eg varð hræddur víst og því man eg þetta. man að hrossið var ljósgrátt og glaðasólskin. þegar eg sagði mömmu að eg myndi eftir þessu, sagði að það hefði verið þegar pabbi hefði verið byggja baðstofuna, og eg hefði þá verið á fjórða ári, en ekkert man eg annað um það hross. þó það gæti skéð ef þú gætir mynt mig á eitthvað fleira um hana. En við munum víst bæði eftur bleikskjótt fola sem máski hefur verið undan henni, hann var oft í túninu og við vildum vist reyna að temja hann, þú og eg og Signy; komumst á bak á hann og teymdum hann á mis en hin sátu á
2
og tvímenntu, og einsinni þegar eg teimdi, þið reynduð að láta hann hlaupa enn hann var nú ekki viljúgur, setti hann kjaftinn í bakið á mér og víst hljóðað upp og datt
og
en víst hlegið öll að því á eftir því
vist
meiddi hann mig ekki, en eg man að eg varð hræddur við það að hann og þið træðuð mig þarna undir. Þeim fola býttað faðir okkar við Sigurð magnússon gamla á Arnarvatni, og fékk roskna gráa meri, hún hét ”Brekna„ og var úr búi gamla magúsar föður S. man líka vel eftir gamla Magnusis. Þessi gráa hryssa og Stjörnu gömlu átti pabbi seinustu árin, sem hann lifði Þeim kom stundum ekki vel saman, og opt þegar átti að teyma þær samsíða þá rifu þær af manni taumana og fóru að berjast og kviuðu þá óspart og hvein
í afturlöppunum á þeim, því altaf borðust þær þannig einusinni var eg að flytja heim á þeim utan úr Rifshöfða, og pabbi var rétt búin að setja uppá þær baggana þá ruku þær saman með baggan á sér og börðust uppá lífið og sprengdu gjarðirnar
að
og baggarnir sinn í hverja áttina; þetta mun hafa verið síðasta sumarið, sem faðir okkar lifði. Stefán heitinn br. okkar var á Grænavatni en var þarna þó líka nokkra daga að heyja með pabba, þá fyrst man eg eftir að ég sá Skotskan ljá, sem Stebbi sló með, og eg man að eg öfundaði bróður þá af þessum nýja og fallega ljá; og hvað hann sló mikið, enda snemma mikilvirkur. Þú manst víst eftir reiðhesti, sem Finnb. átti, hann hét Dreiri. Finnb. léði hann pabba, þegar mamma átti Dóra br. 4 maí 1872. og eg var sendur eftir Kristjönu konu Ásmundar hálfbr. mömmu. Hesturinn óð í kvið á vatninu snjókrapið
al
framí Álptagerði og til baka, og við þá tvímennt sjálfsagt, og eg man að við vildum bæði
fj
flýta okkur en urðum að sætta okkur við að fara hægt; og strákur var ekki fæddur þegar þegar við komum; Þessi hestur fórst í gjásprungu. sem snjóskafl var yfir; og eg varð til þess að finna hann þar, skorðaðann þannig, að fætur hans náðu ekki niðri. Þeirri sorglegu minning
0
hef eg ekki gleymt, þó nú séu yfir 60 ár síðan;. mig minnir þessi gjá sé rétt norðan við ”Langabala fit„? minnsta kosti var hún þar nærri og sjálfsagt enn, með sömu ummerkjum og liklega beinin hans Dreira líka. mörg örnefni man eg, einkum þau, sem bera hæst, en hinn í þoku, og sum alveg gleymd, samt man eg mörg á hellum og skútum í Haganesi, og víðar enda nú 59 ár síðan
eg
við fluttum þaðan, ósjálfbjarga og harmislegin. Hver má gleyma því? En, best mun vera að fara ekki lengra í þessa átt og reyna að ná jafnvægi. En þarna vakir enn fyrsta skuggamyndin lífs okkar; og ryður sér stundum veg fram á
leiksvið lífsins, stundum heit og stundum köld, en
alfa
altaf nakin. Eg fékk reyndar langt og rækilegt bréf frá Marteini 7 janúar. s.l. sama dag og þitt, og líka dagsett, 28. Nóv. eins og þitt; og þá um leið bréf frá Hjálmari frænda í Leslie Sask. Sem Finna frænka vildi frétta um enn hefur ekki haft tíma til að senda línu enn, og hann ekki henni Það finnst okkur, Þér og mér,
Þér
óþarfa þybbni, enda er nú Hjálmar víst ekki viljugur á að skrifa mjög rækilega bréf, samt hefur hann, sagt mér sitt af hverju, sem eg veit að hann hefði sagt þessari frænku sinni líka, og ekki nefnt í mínum bréfum til ykkar eða annara, af því mér fannst það svo viðfeldið og gjæti orðið báðum til stundaránægju að talast við á þann hátt. Þá verð eg nú að kveðja, - já, kveðja, og það er altaf þyngsta þrautin; finnst okkur, því þá þverskéra hugsanir mans hver aðra; þú kannast víst altof vel við það elsku systir! og því að vera að gæjast undir yfirborðið; því þar er mér dymt fyrir augum, samt er fyrsta jólakortið mitt ekki alveg útbrunnið; af því ”Eg veit að sitt besta hver finur mér gaf.„ Lína biður mig að senda þér hjartans þakkir fyrir
”Hnín„
og fylgiritið um vefnaðinn. Lína ljær það ymsum eldri konunum hér í kring, enda er Hlín merkilegt rit og og auðséð að ekki hefur verið vanþörf á slíku riti heima enda búið afreka undra mikið, þó betur megi ef duga skal, til að draga fólkið upp úr forardýki útlendu tískunar; og meina eg með því t.d. bæði í fataburði og matarhæfi eins og bæði ”Hlín„ og
f
ymsir áhugasamir menn og konum hafa og eru verið
að
benda þjóðinni á. og sem okkur eldra
fólkið
gleður mikið. Þó máski sumir kunni að halda að
og að
okkur ætti að standa á sama um það. Eg ætlaði senda þér með þessu myndir af litlu drengunum hennar Árnínu, en þær eru ekki tilbúnar. Með hjartans bestu óskum frá okkur til þín og ykkar allra frændsyskynanna á Fróni. Þinn elskandi bróðir Þórarinn St.
Þú segist ekki muna útlenda nafnið á
orð
því áhaldi sem þið kallið ”Síma„ og islendingar hér brúka líka stundum. á ensku er það, ”Telephone„ framber Tellifón. ellin með linu hljóði. En ”Telegraph„ frb. Telligraf það sem ritar viss merki; sem sérstakn
an
lærdóm þarf til að skilja. og því þægilegt áhald fyrir alt sem á að fara leynt. en
f
tengiþræðir eins útbúnir fyrir hvortveggja. En glerkúlan heitir ”insulator„ frb. insj
ú
leitor. Þýðir einangrun;
s00
sem varnar rafstraumnum frá að snerta tippin sem glerkulurnar eru skrúfaðar á og þá auðvitað símastaurana lík; og af því kúla þessi er ekki mótækileg fyrir rafurmagn, þá kemst rafstraumurinn óhindraður eftir þræðinum, annars gleypti jörðin hann í sig. Þ. S.
10. mars. -33 Árnína kom í morgun og litlu drengir hennar með henn, og ætlar hún að senda mér myndirnar í kveld því eg fæ máski ferð með bréfið á pósthusið á morgun. Eg var nú að fara yfir bréfið þitt, enn á ný, búin þó að lesa það 2
svar
upphátt fyrir Línu og sjálfan mig, eg les stundum á kveld yngri og eldri bréfinn ykkar
á kveldin
uppí herbergi okkar en ungingarnir eru þá niðri að skemmta sér með því að hlusta á ”dragarganið„ og líka hafa þau þá annað slagið samspil og söng. Björn leikur mjög vel á Fiólín nær úr því aðdáanlega mjúkum tónum. Þóri spilar á ”Mandólín„ og Stjana þá stundum undirspil á Orgelið, og þegar þau gera það þá líður mér vel. eða betur, en Grafófónið, samt eru
0
sum stykki á það allgóð, en sumar hljómplöturna fremur ómerkilegar. og endingarlitlar
og
en vélin sjálf er góð, og eg gét hlustað á það stund og stund. en helst til oft finnst mér þær raddir
móðga
mig. Skilaðu hjartans kveðju til Helga og Krístínar frá okkur gömlu hjónunum; og Gunnu Guðna; Þú minnist hlýlega á hana, og skyldi eg vel, því ekki á eg annað en góðar minningar um viðkynning okkar, og þykir vænt um, að hún hefur fyrirgefið mér stríð
ni
mína og smáglettur. Þinn einl br. Þ. S.